Bréfritari: Benedikt Hálfdanarson
Dagsetning: A-1905-09-21
Skrifað á: Vesturheimi

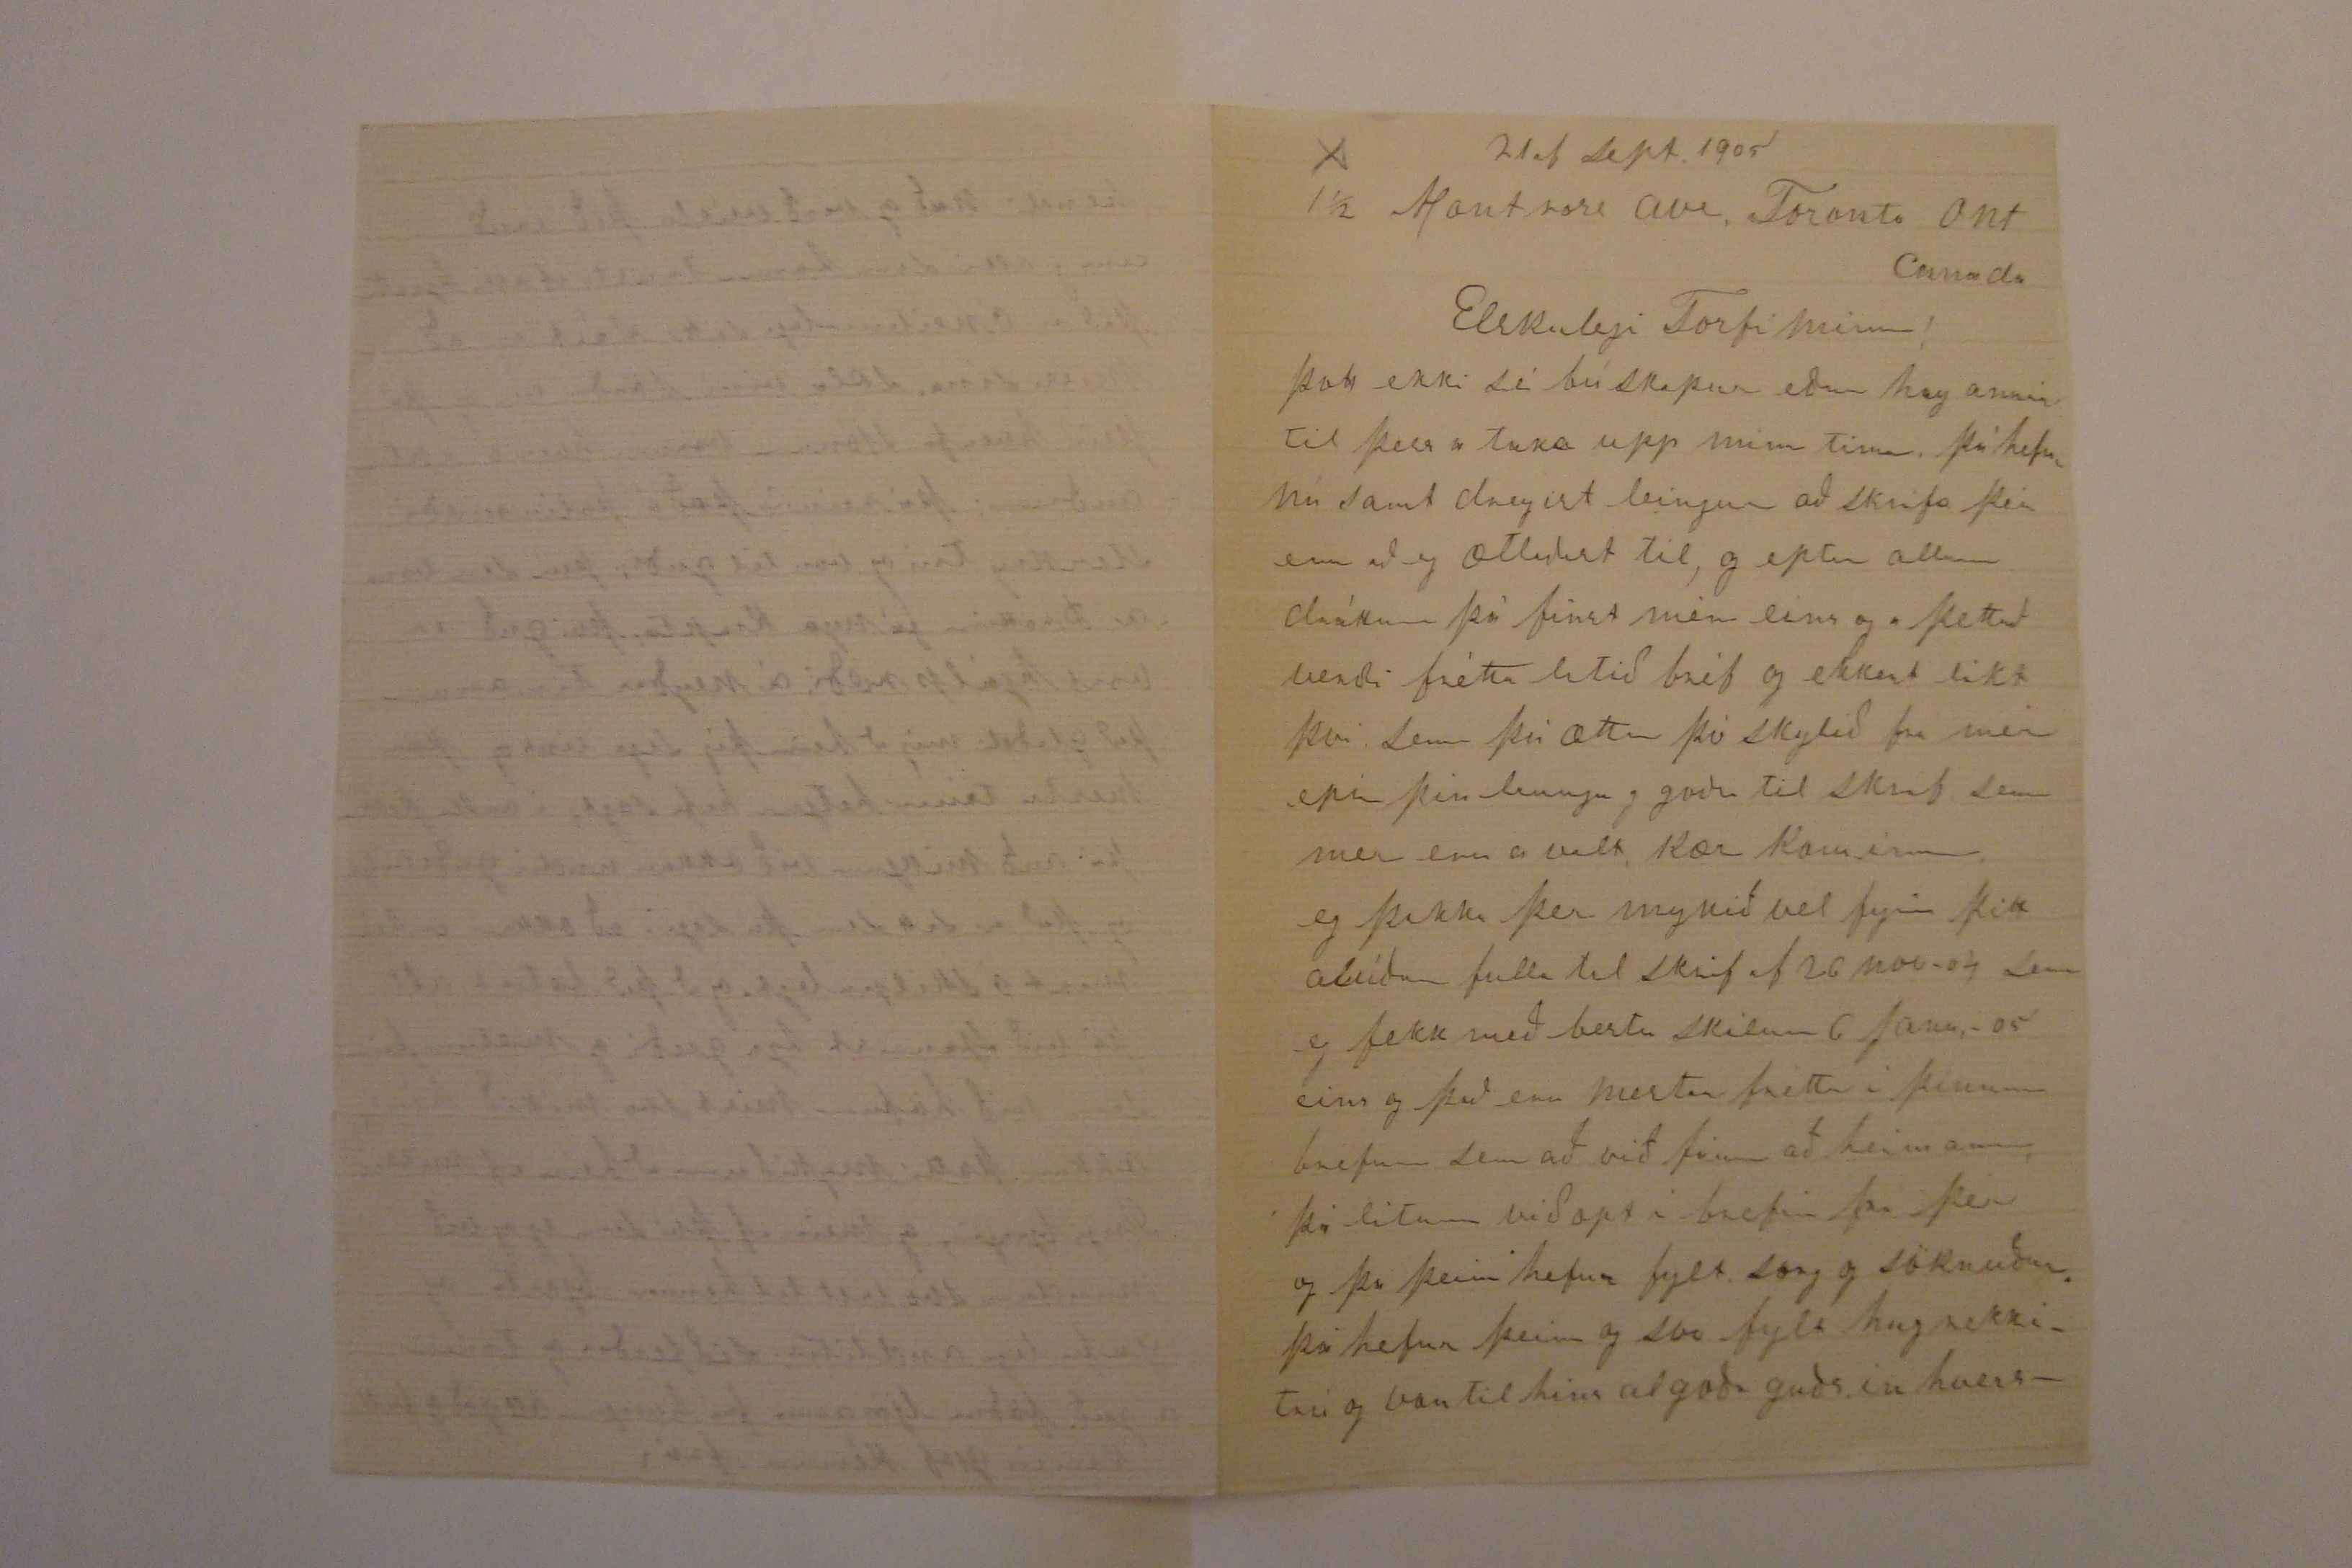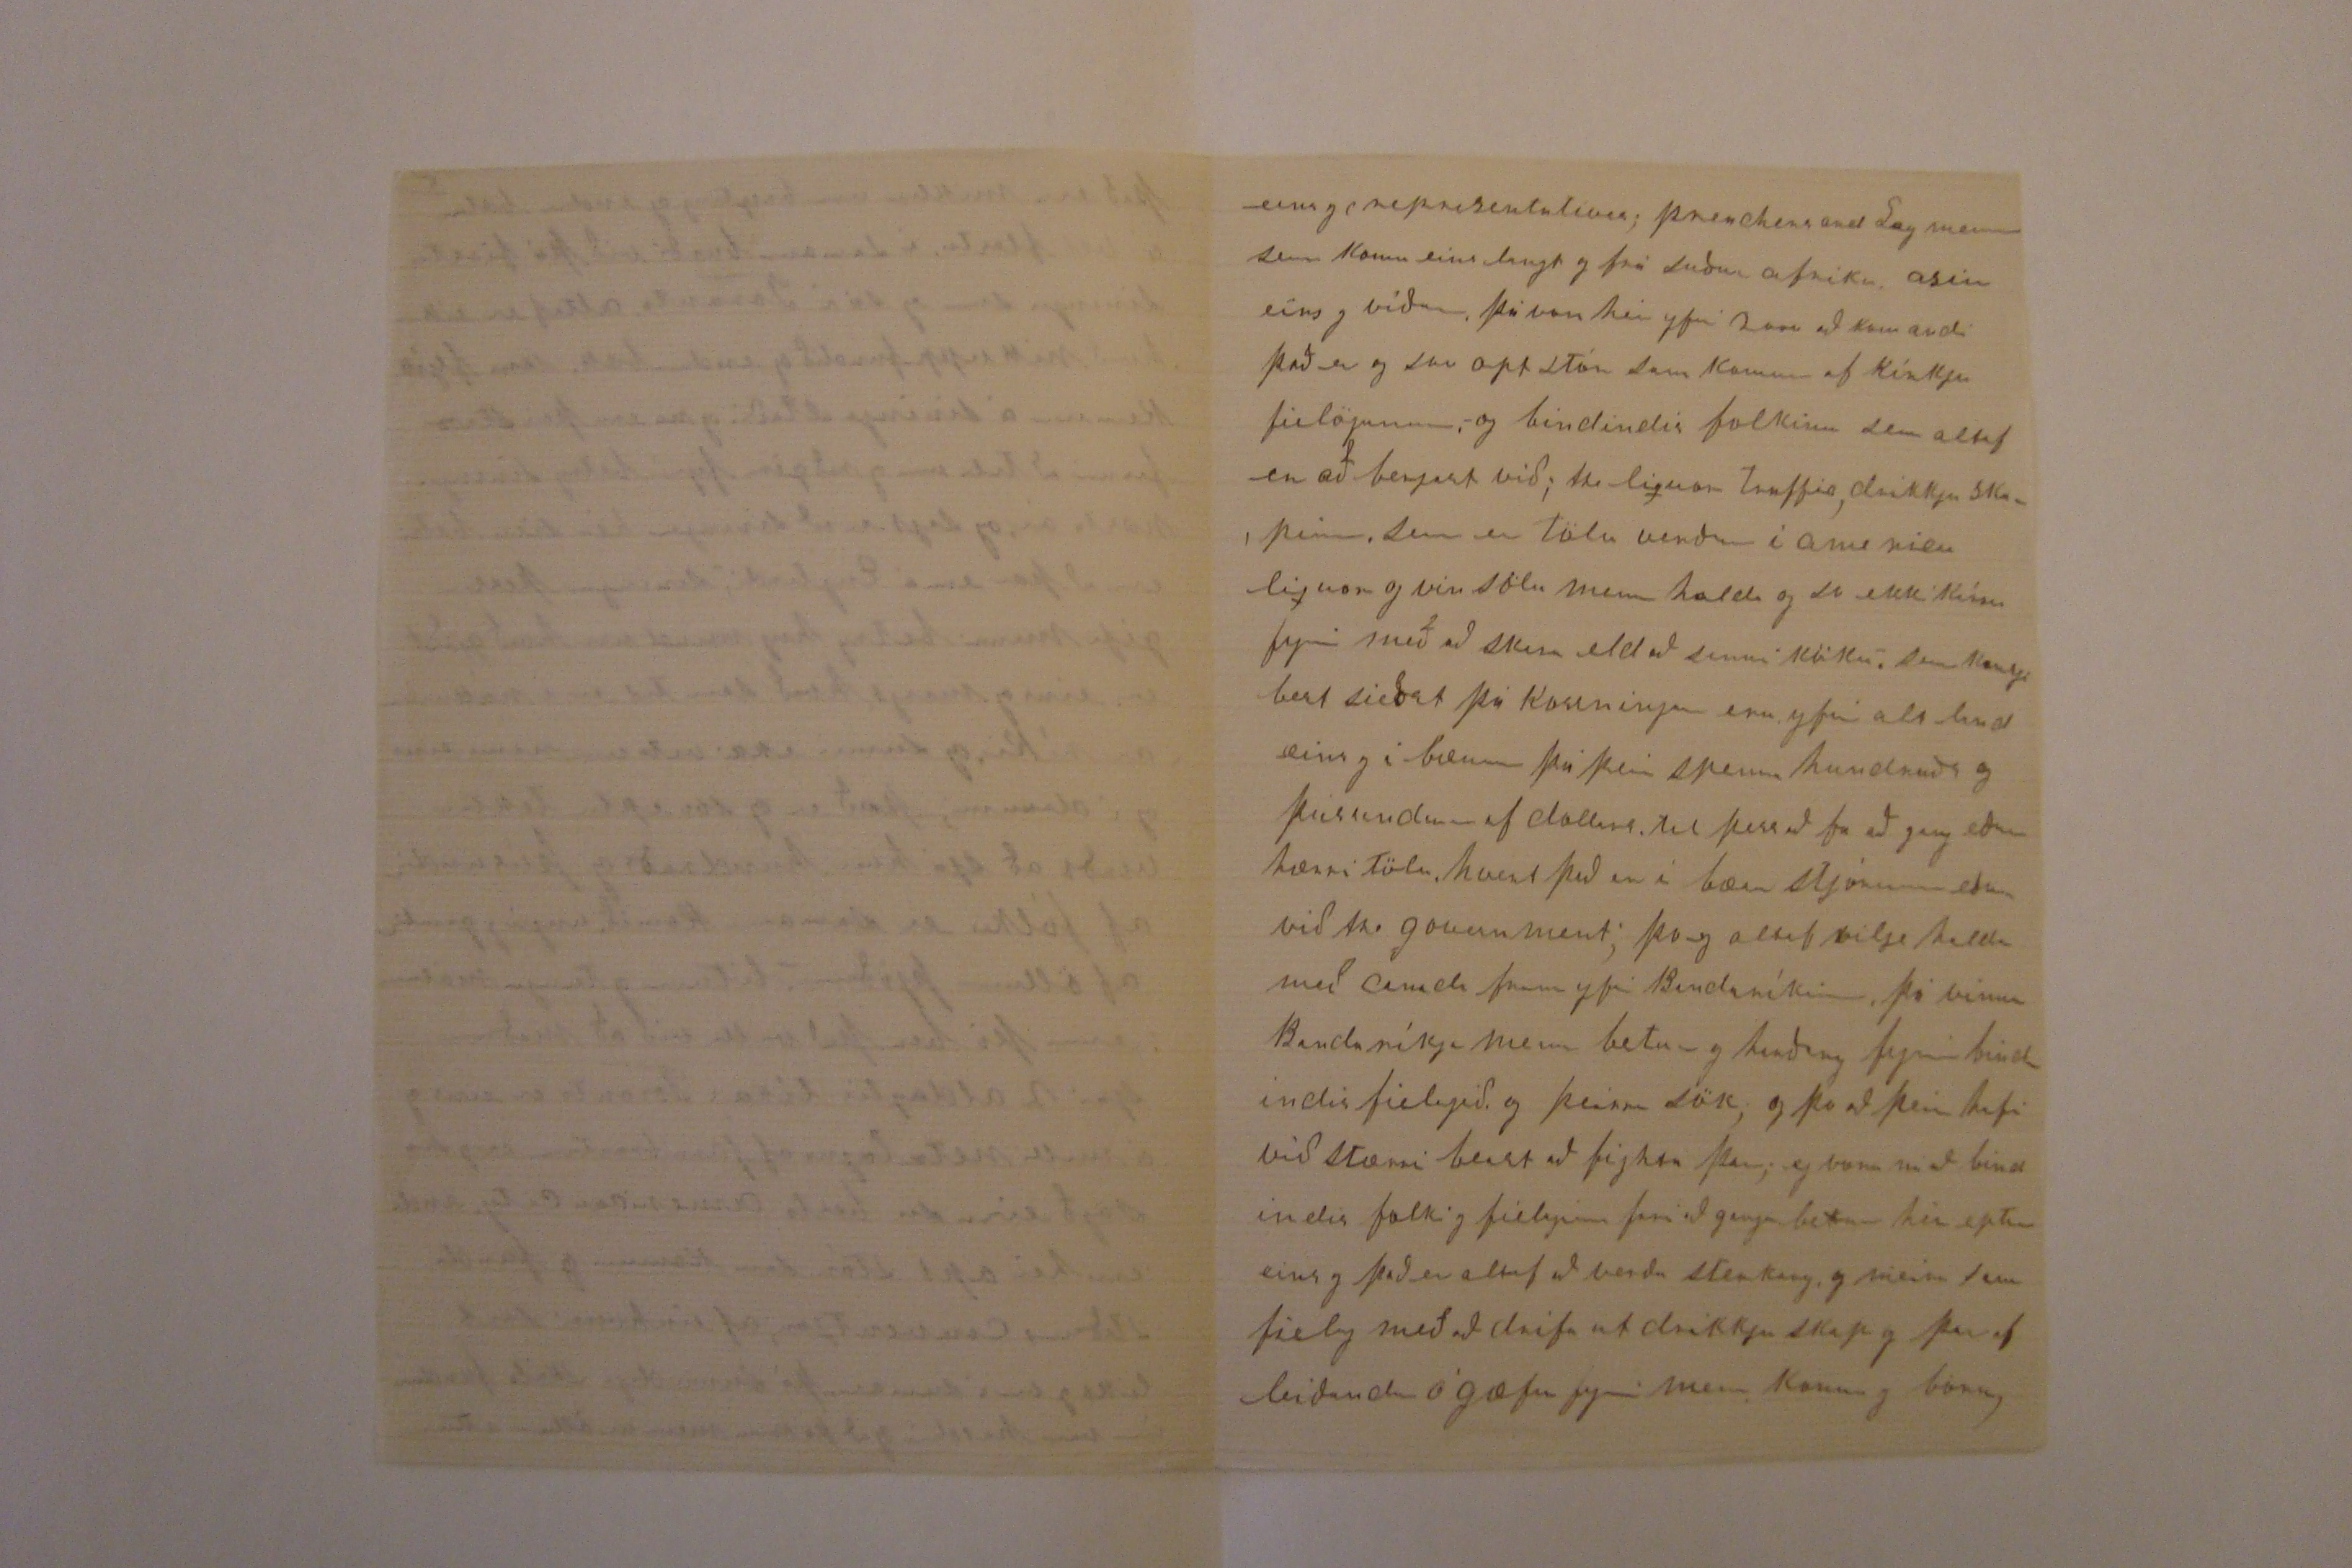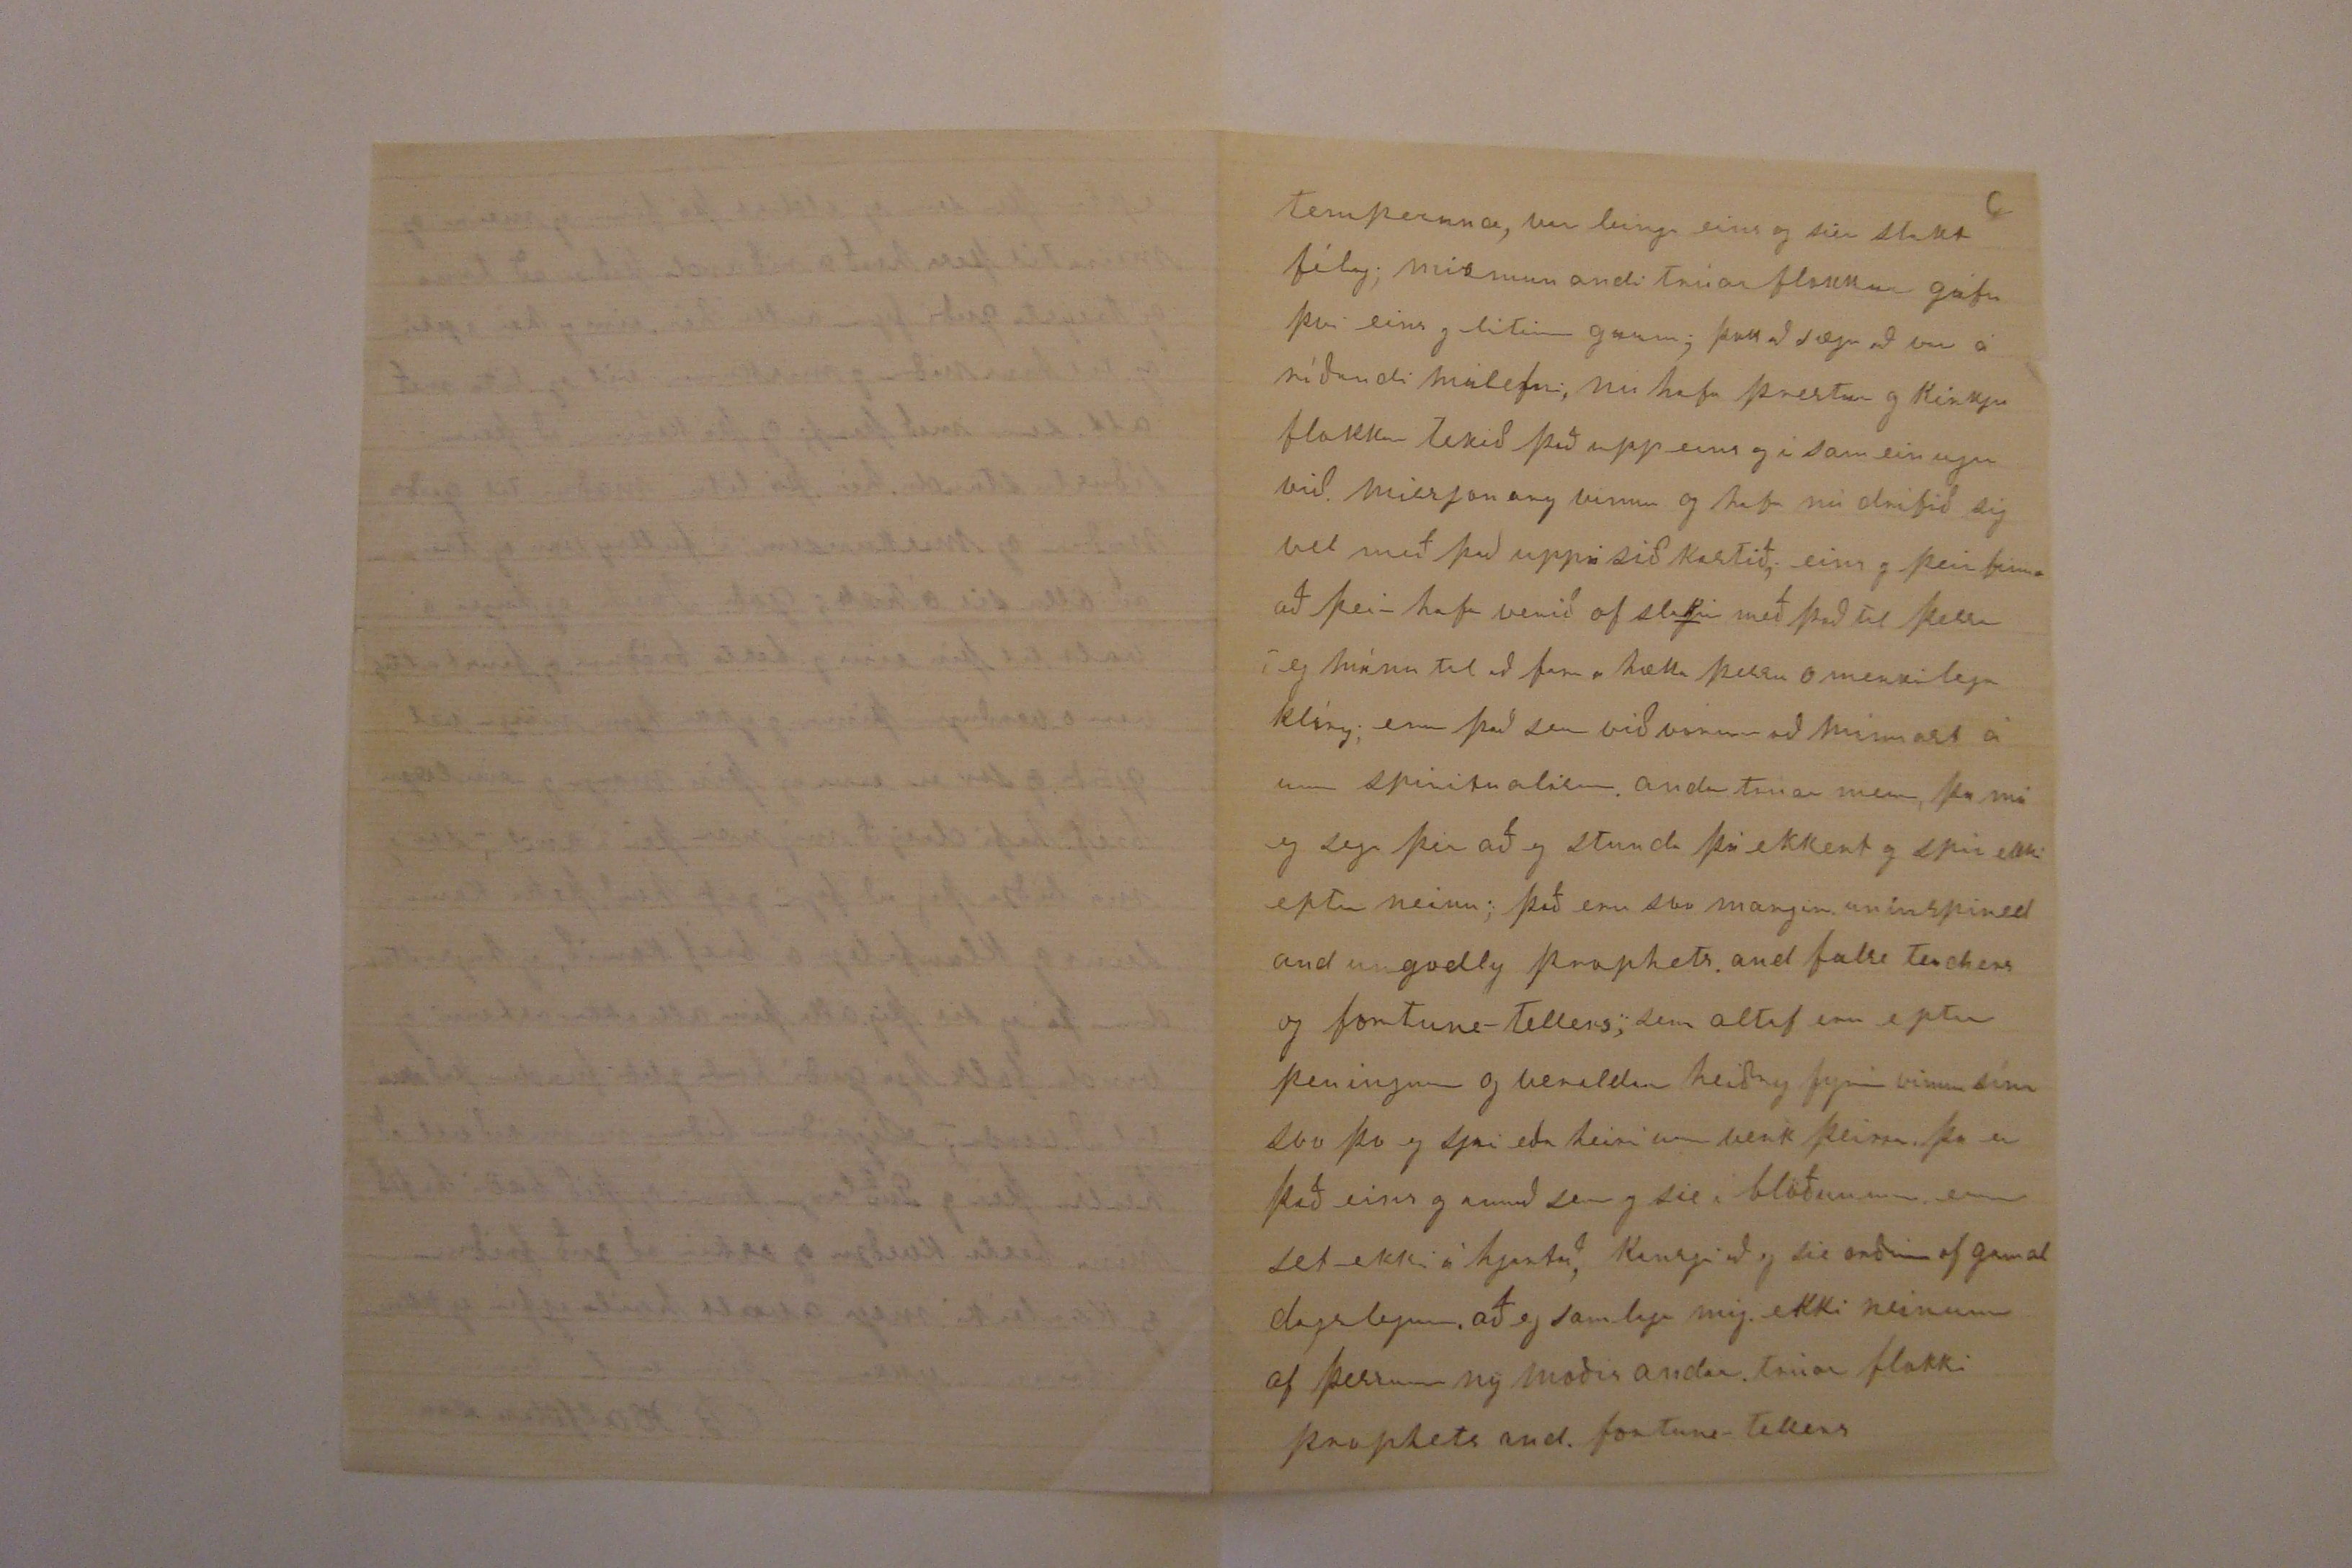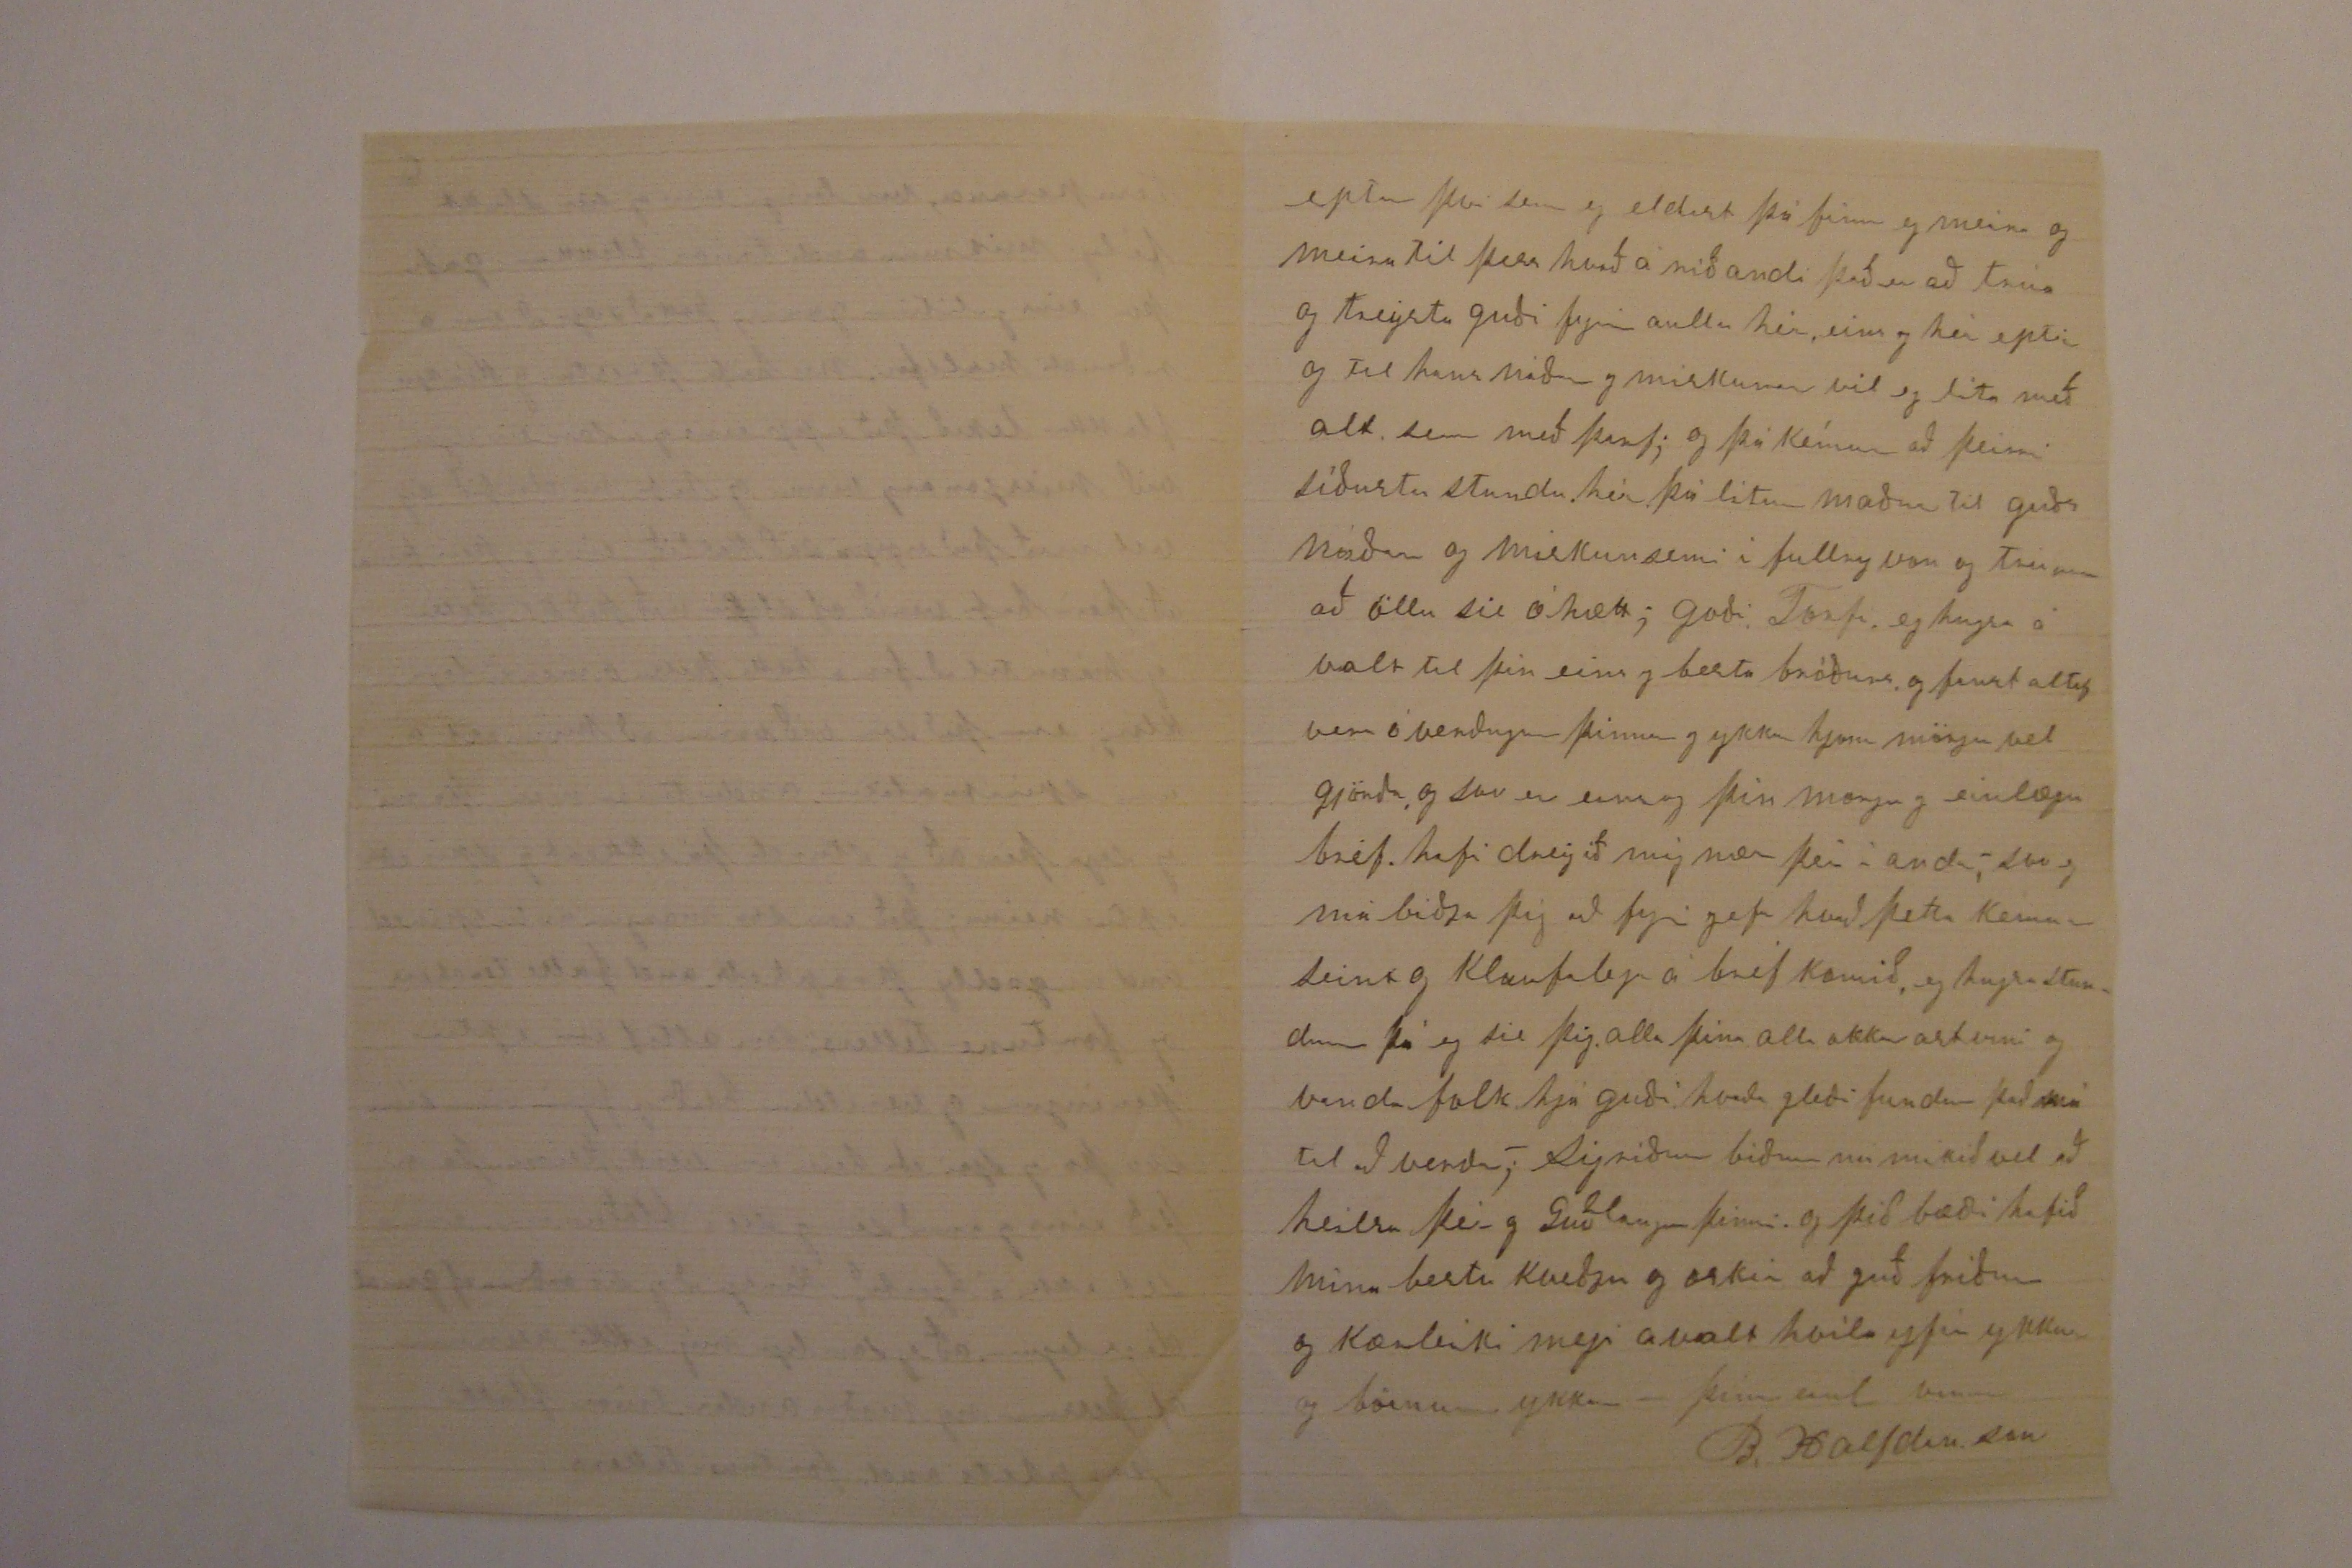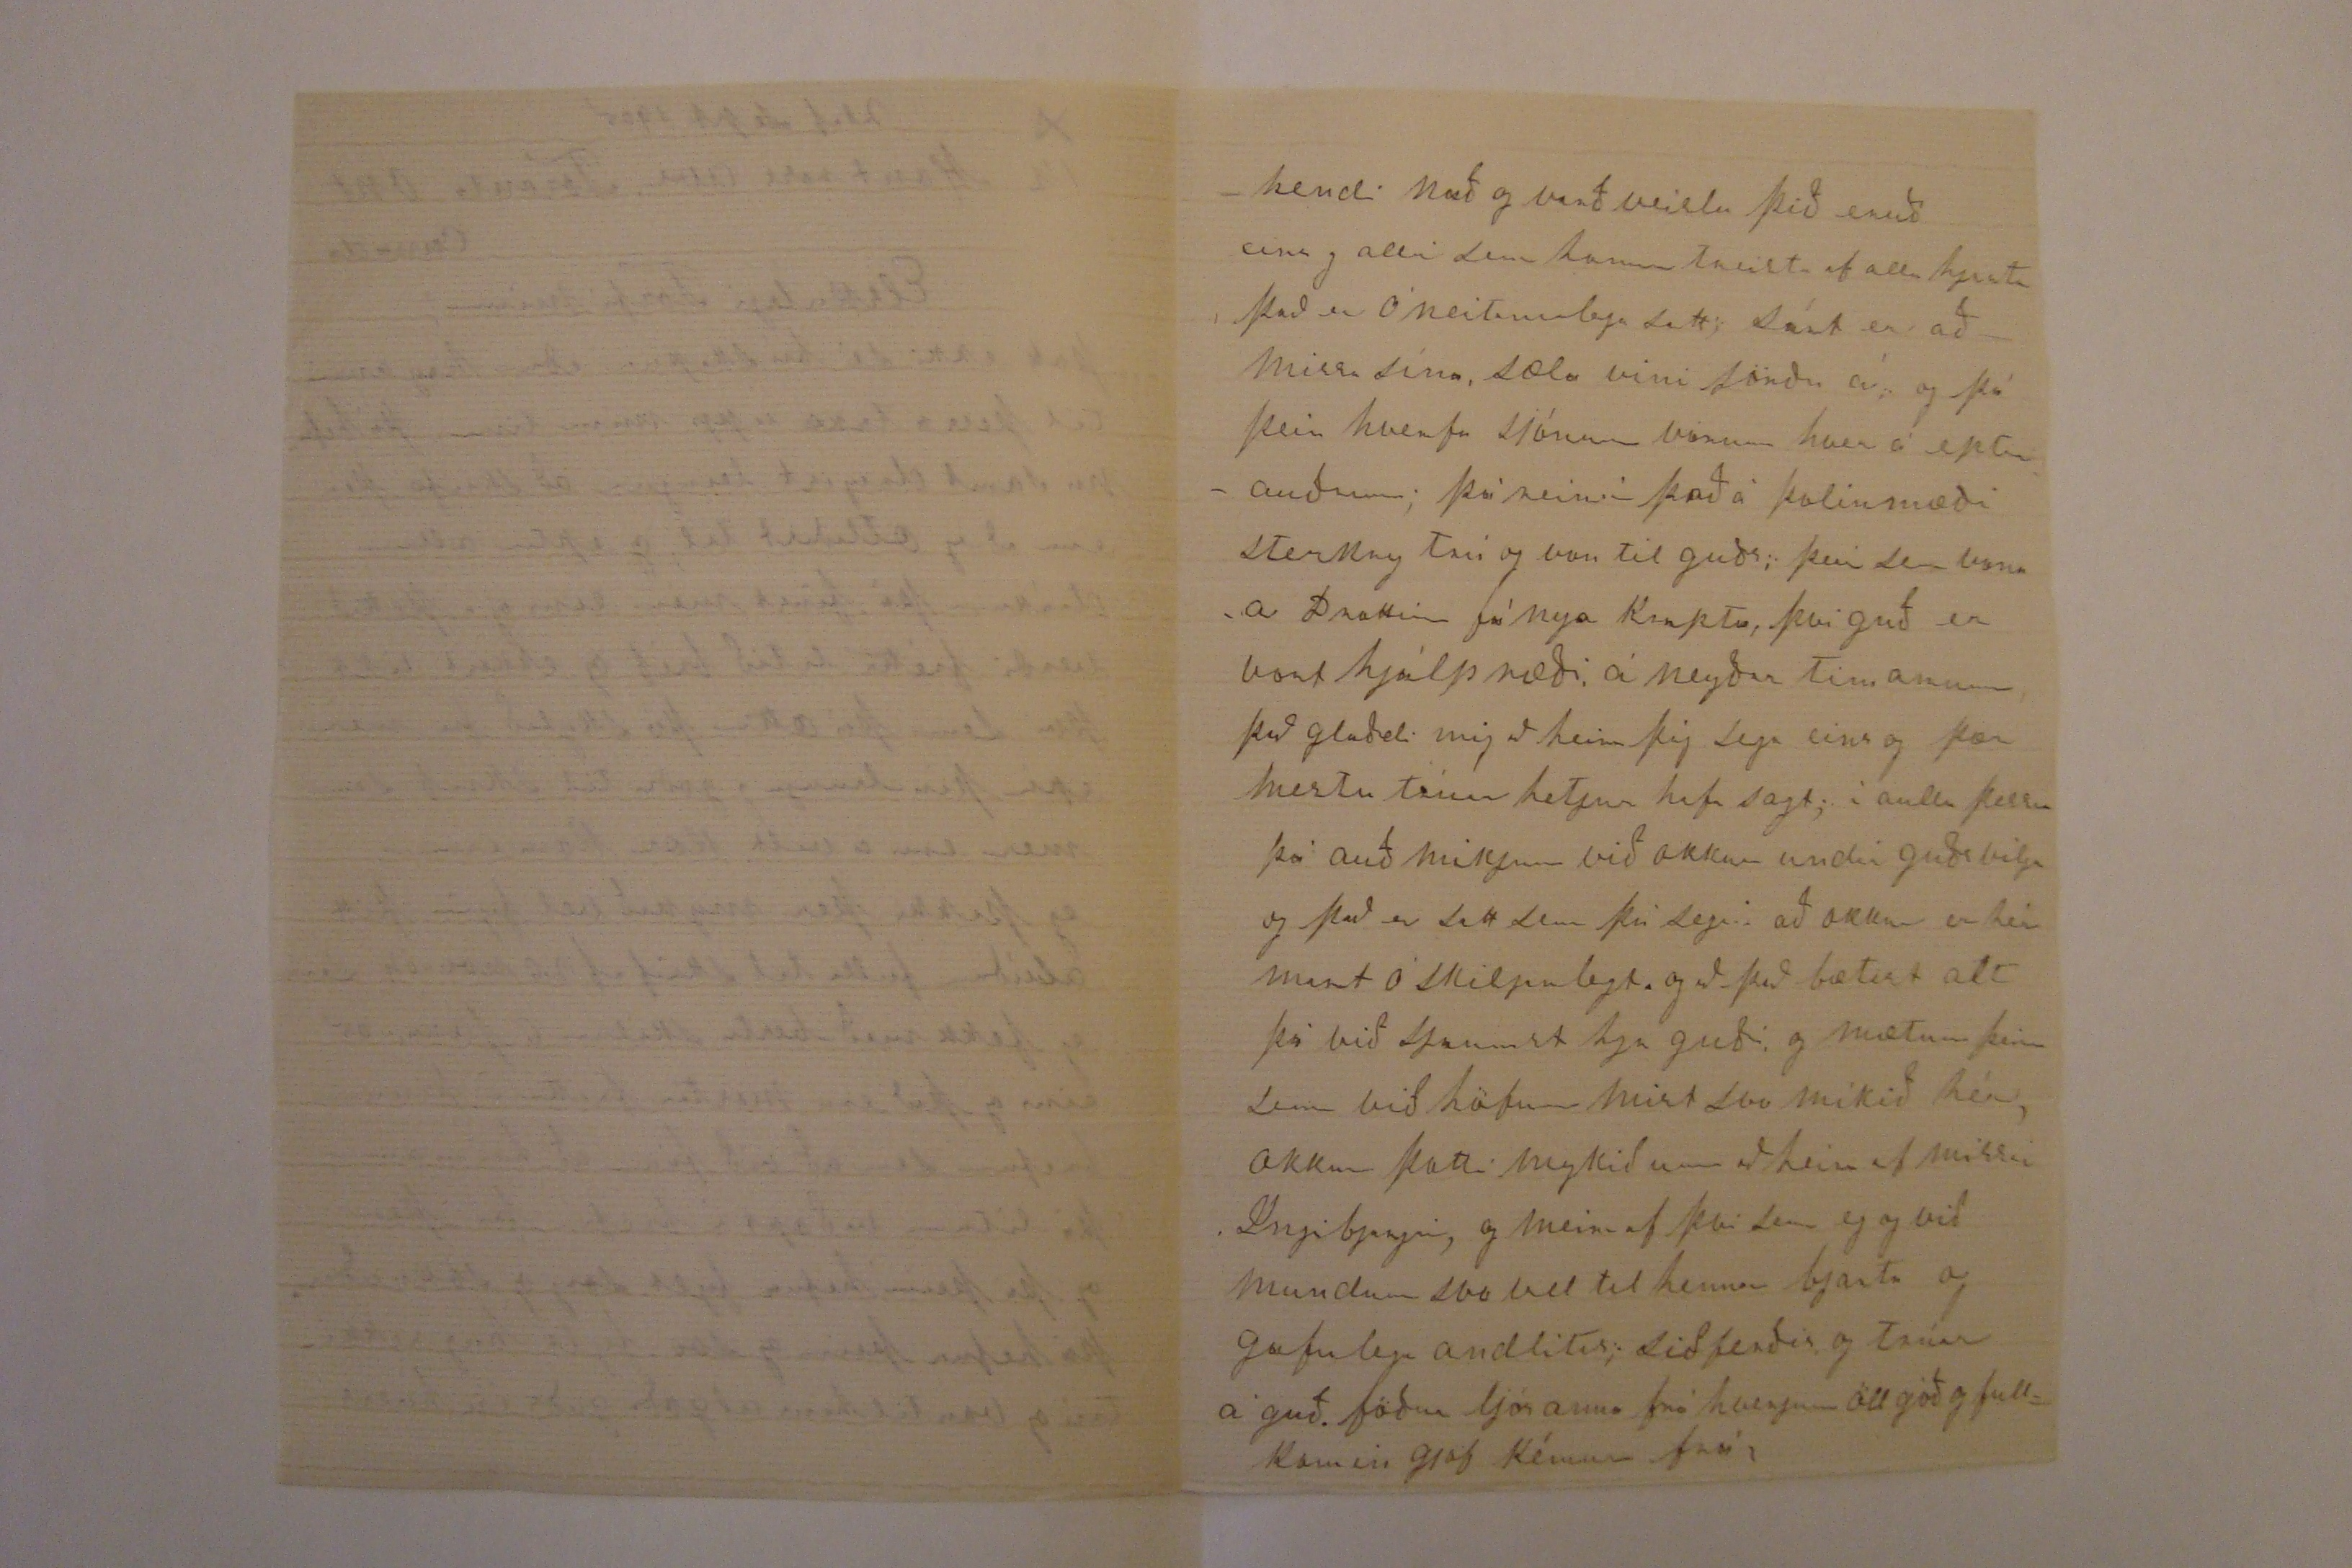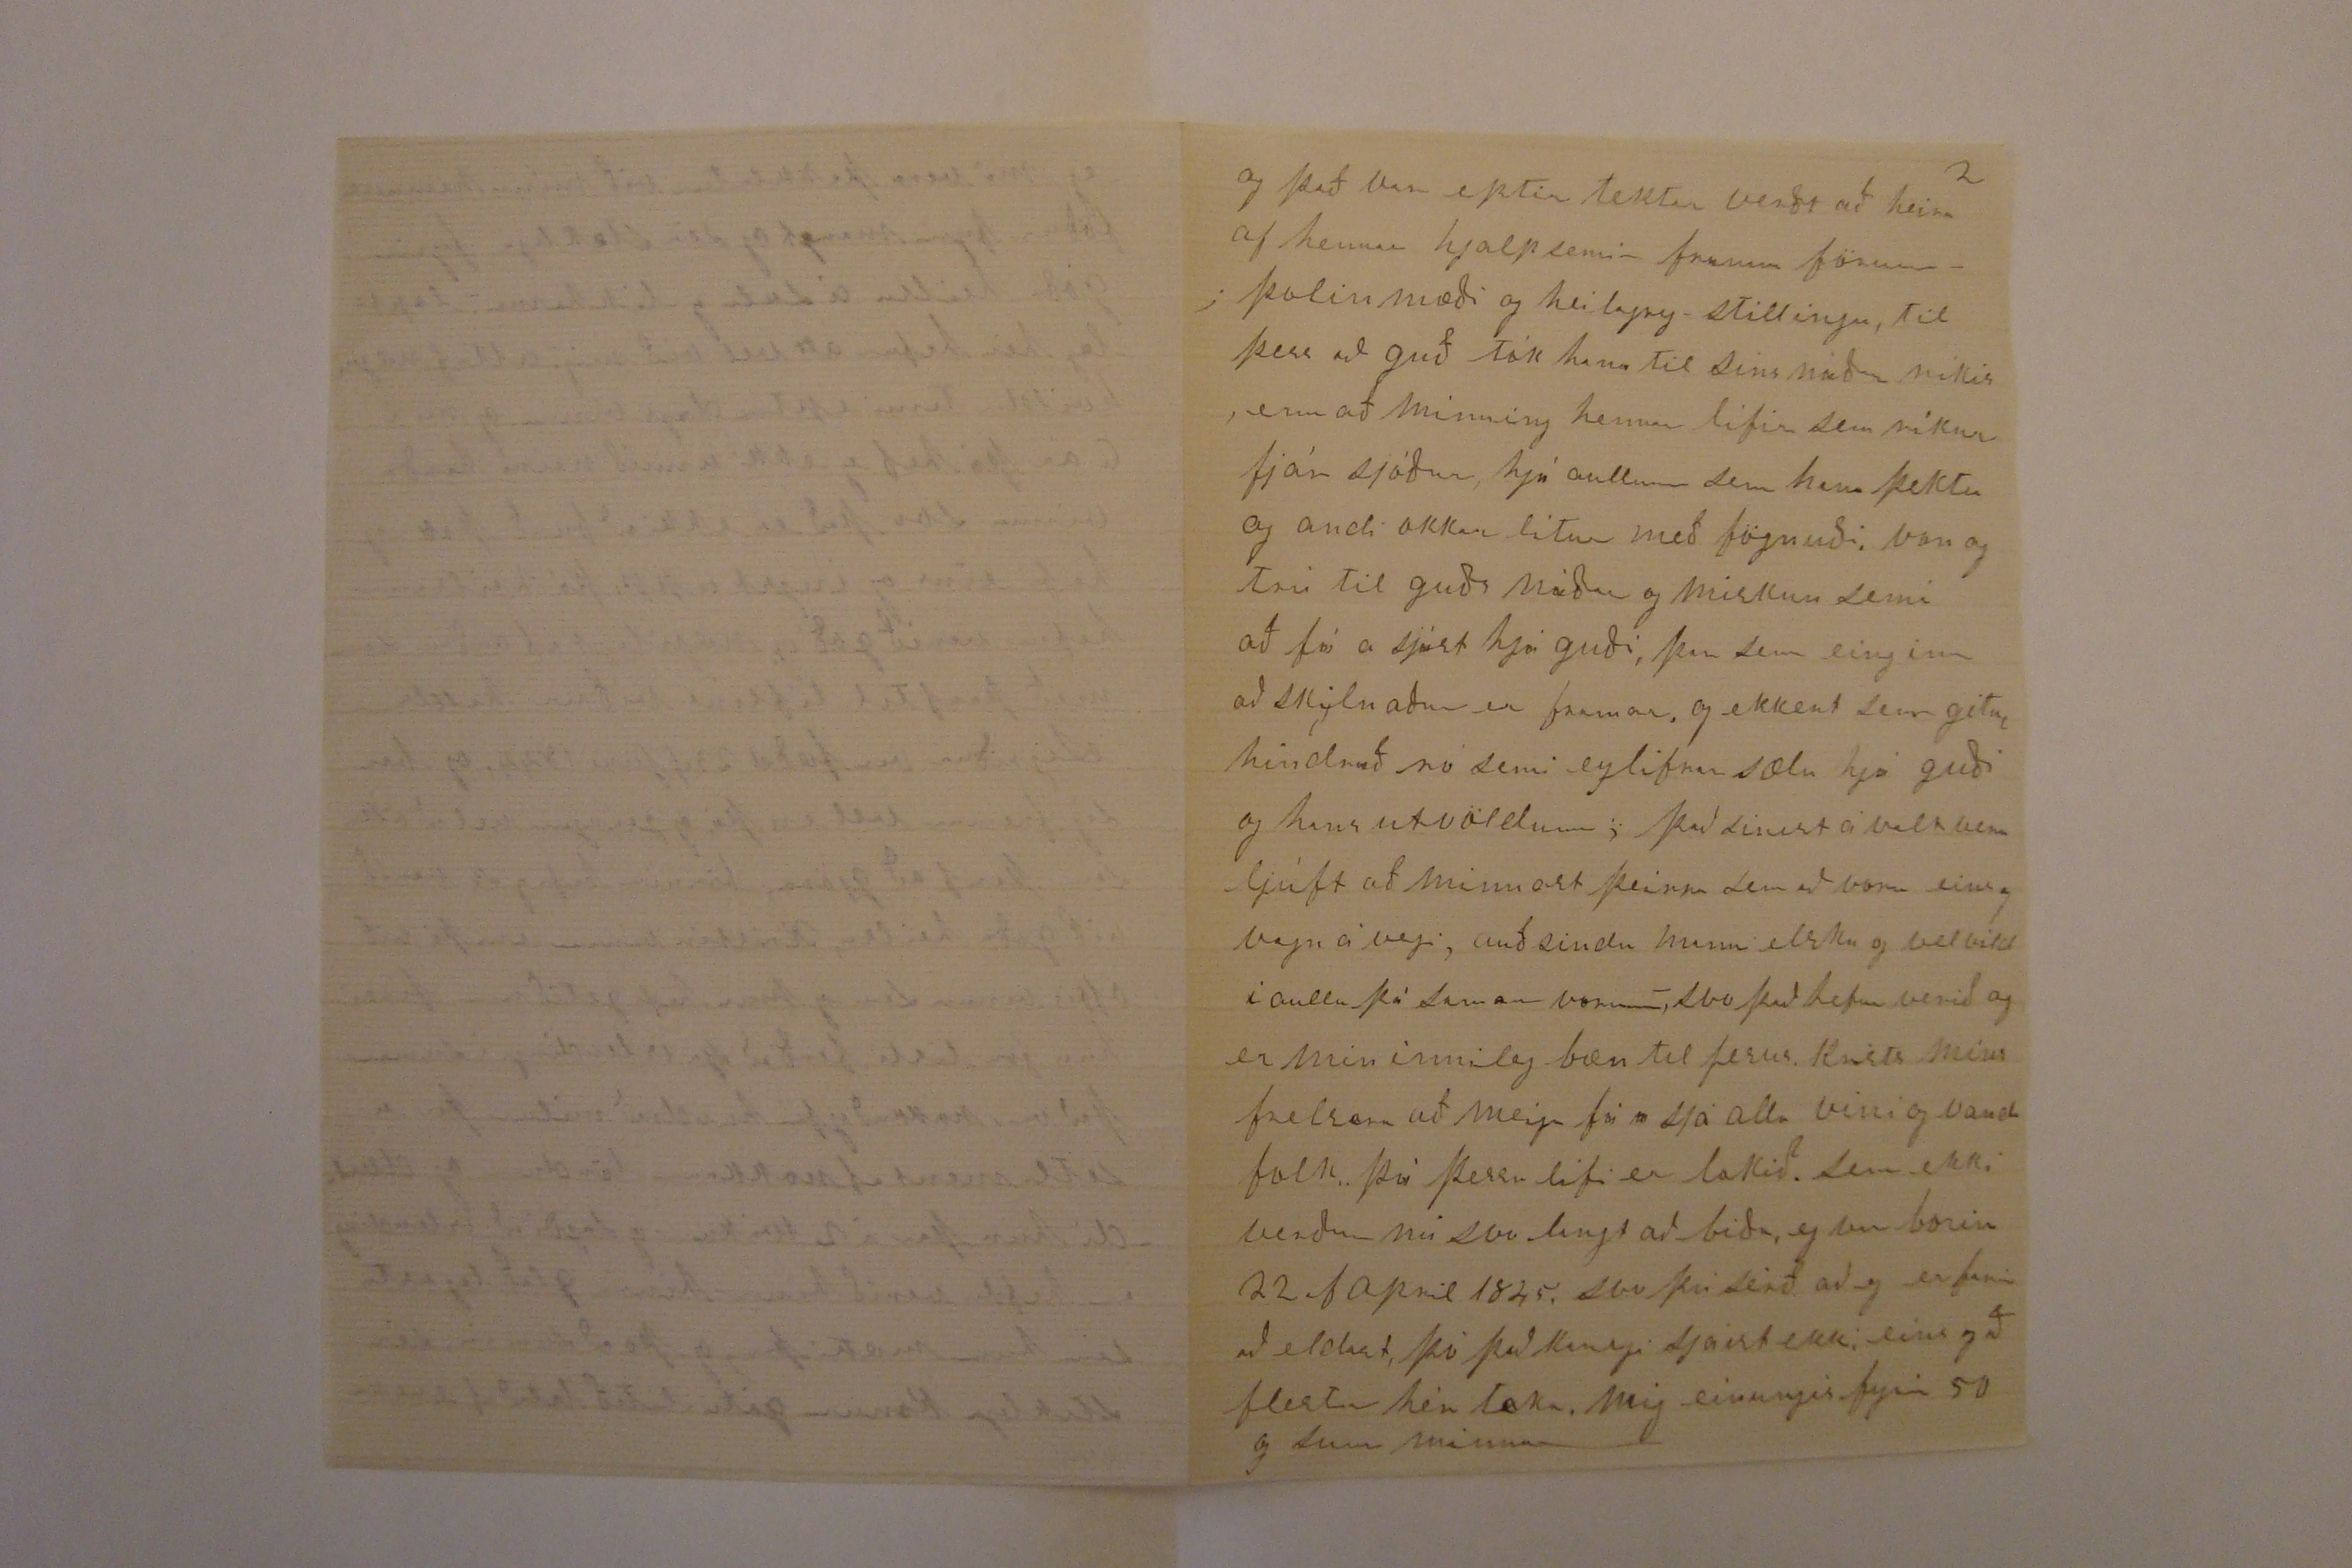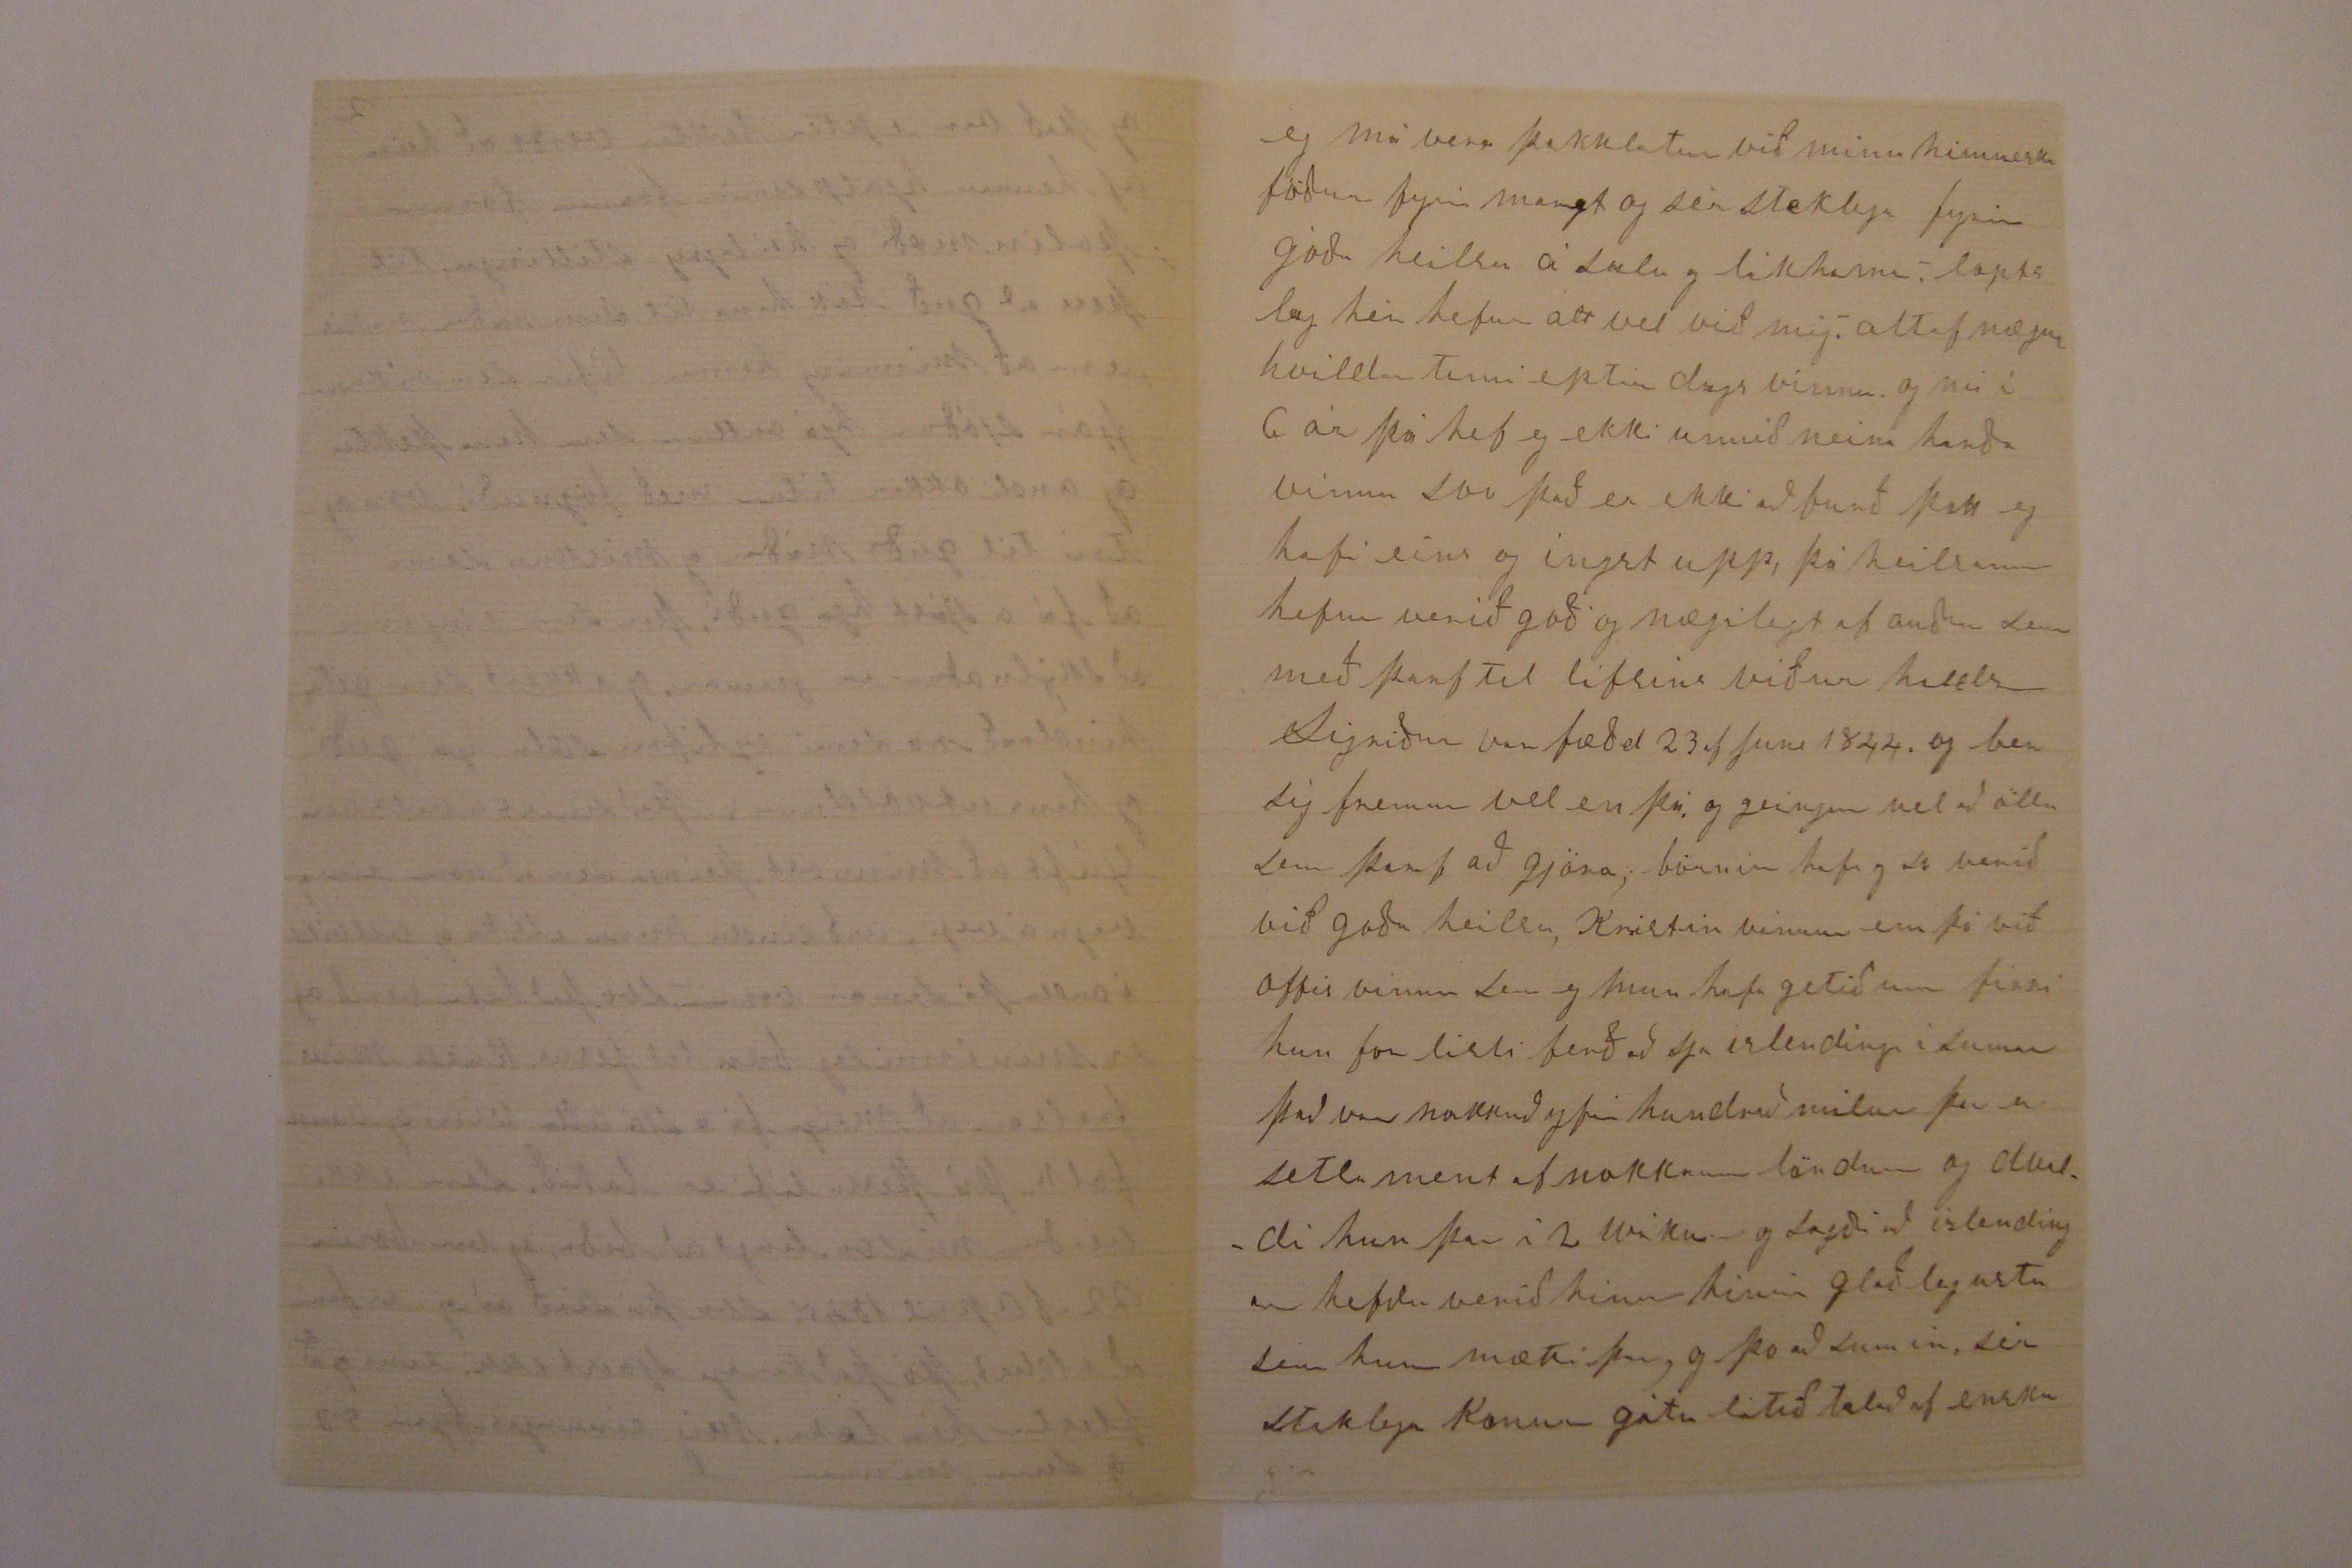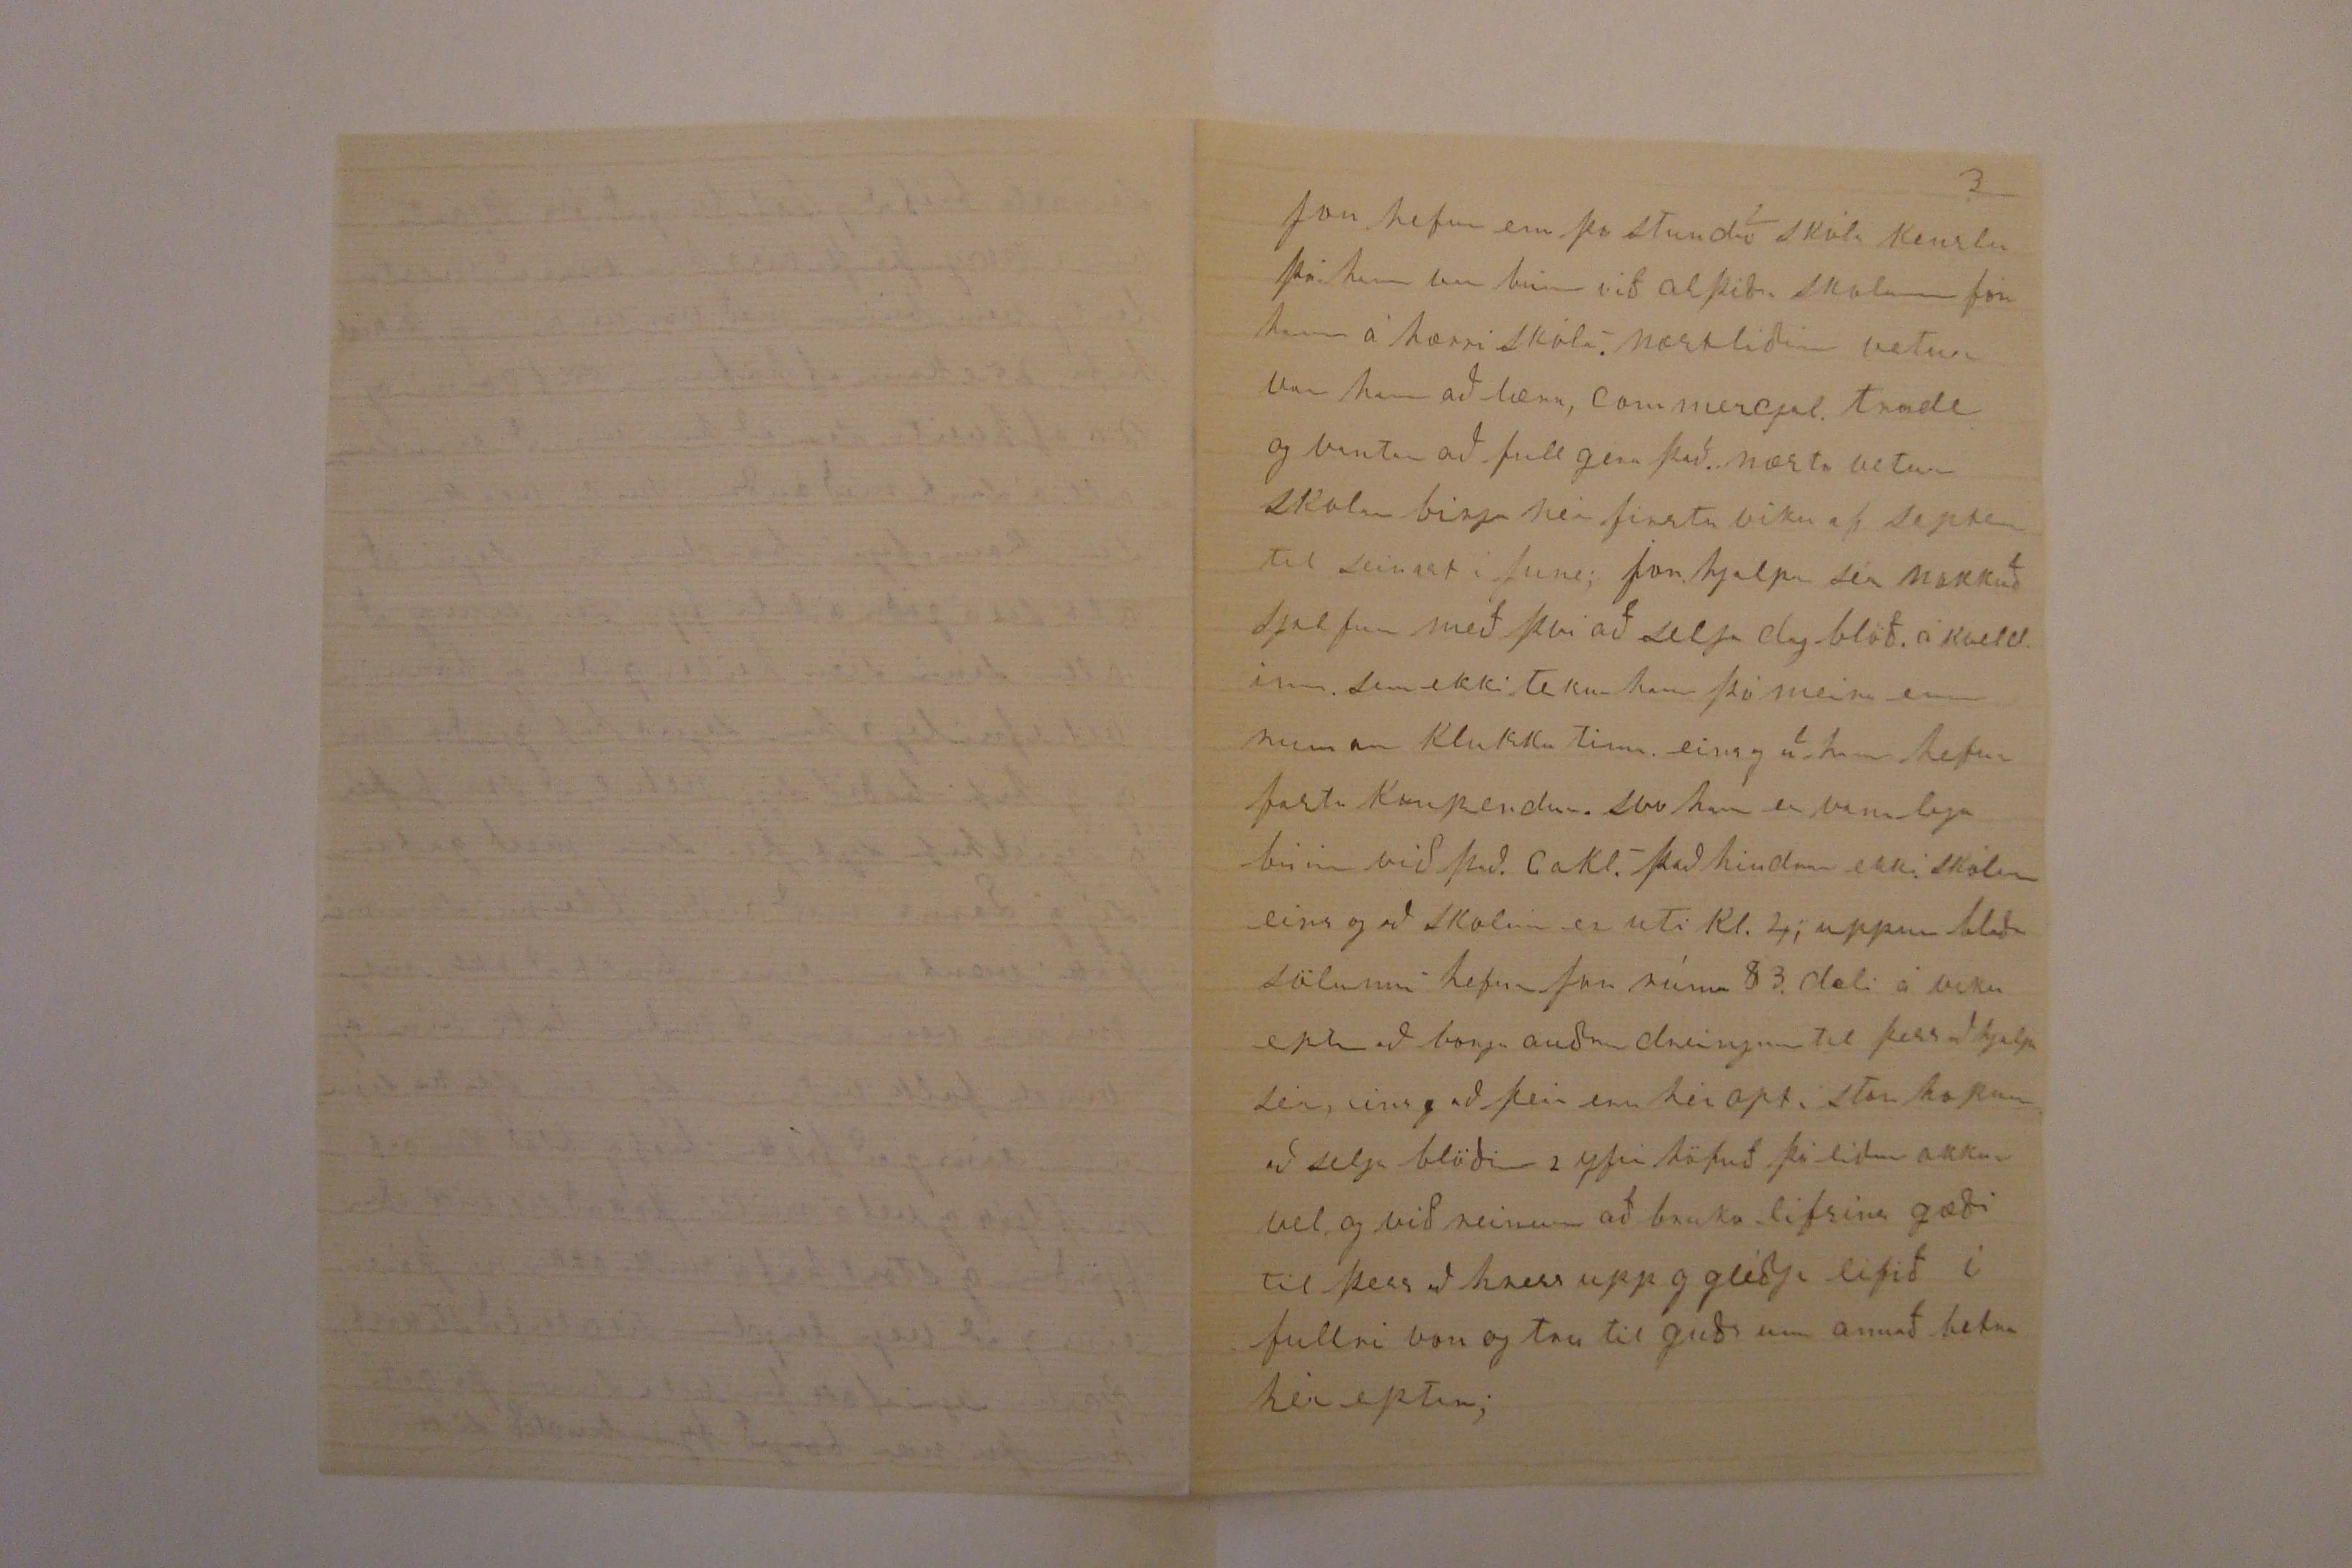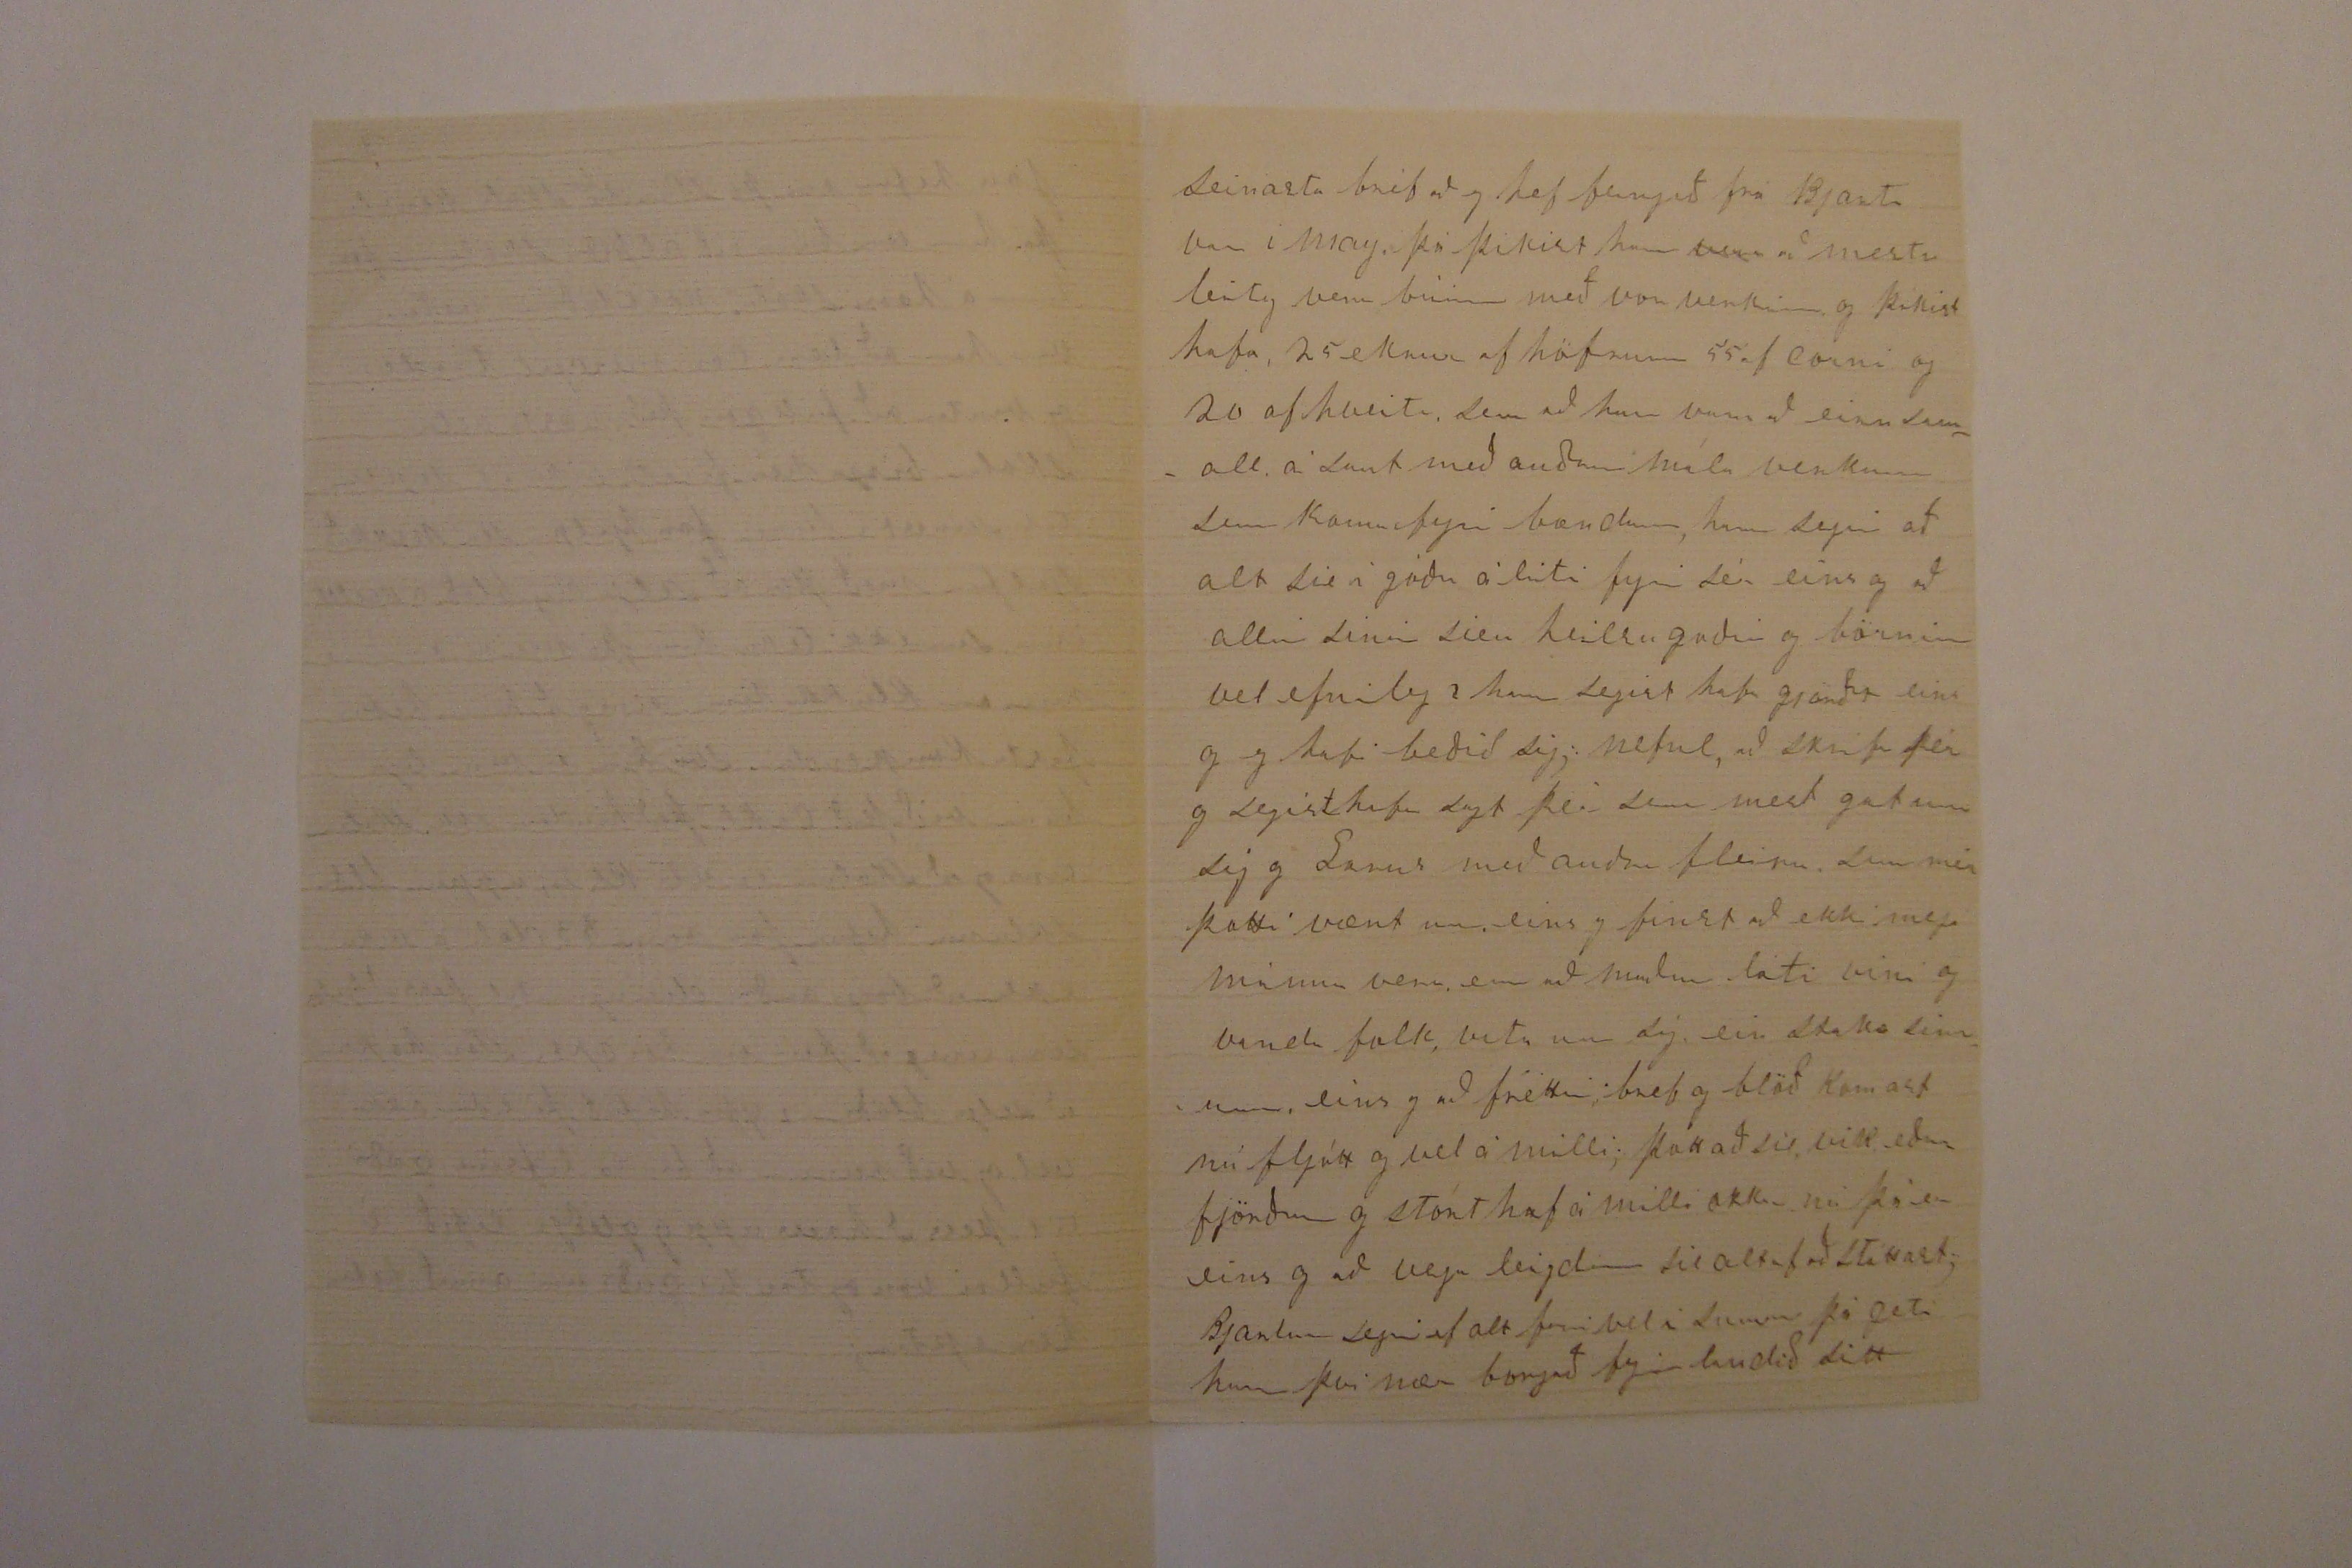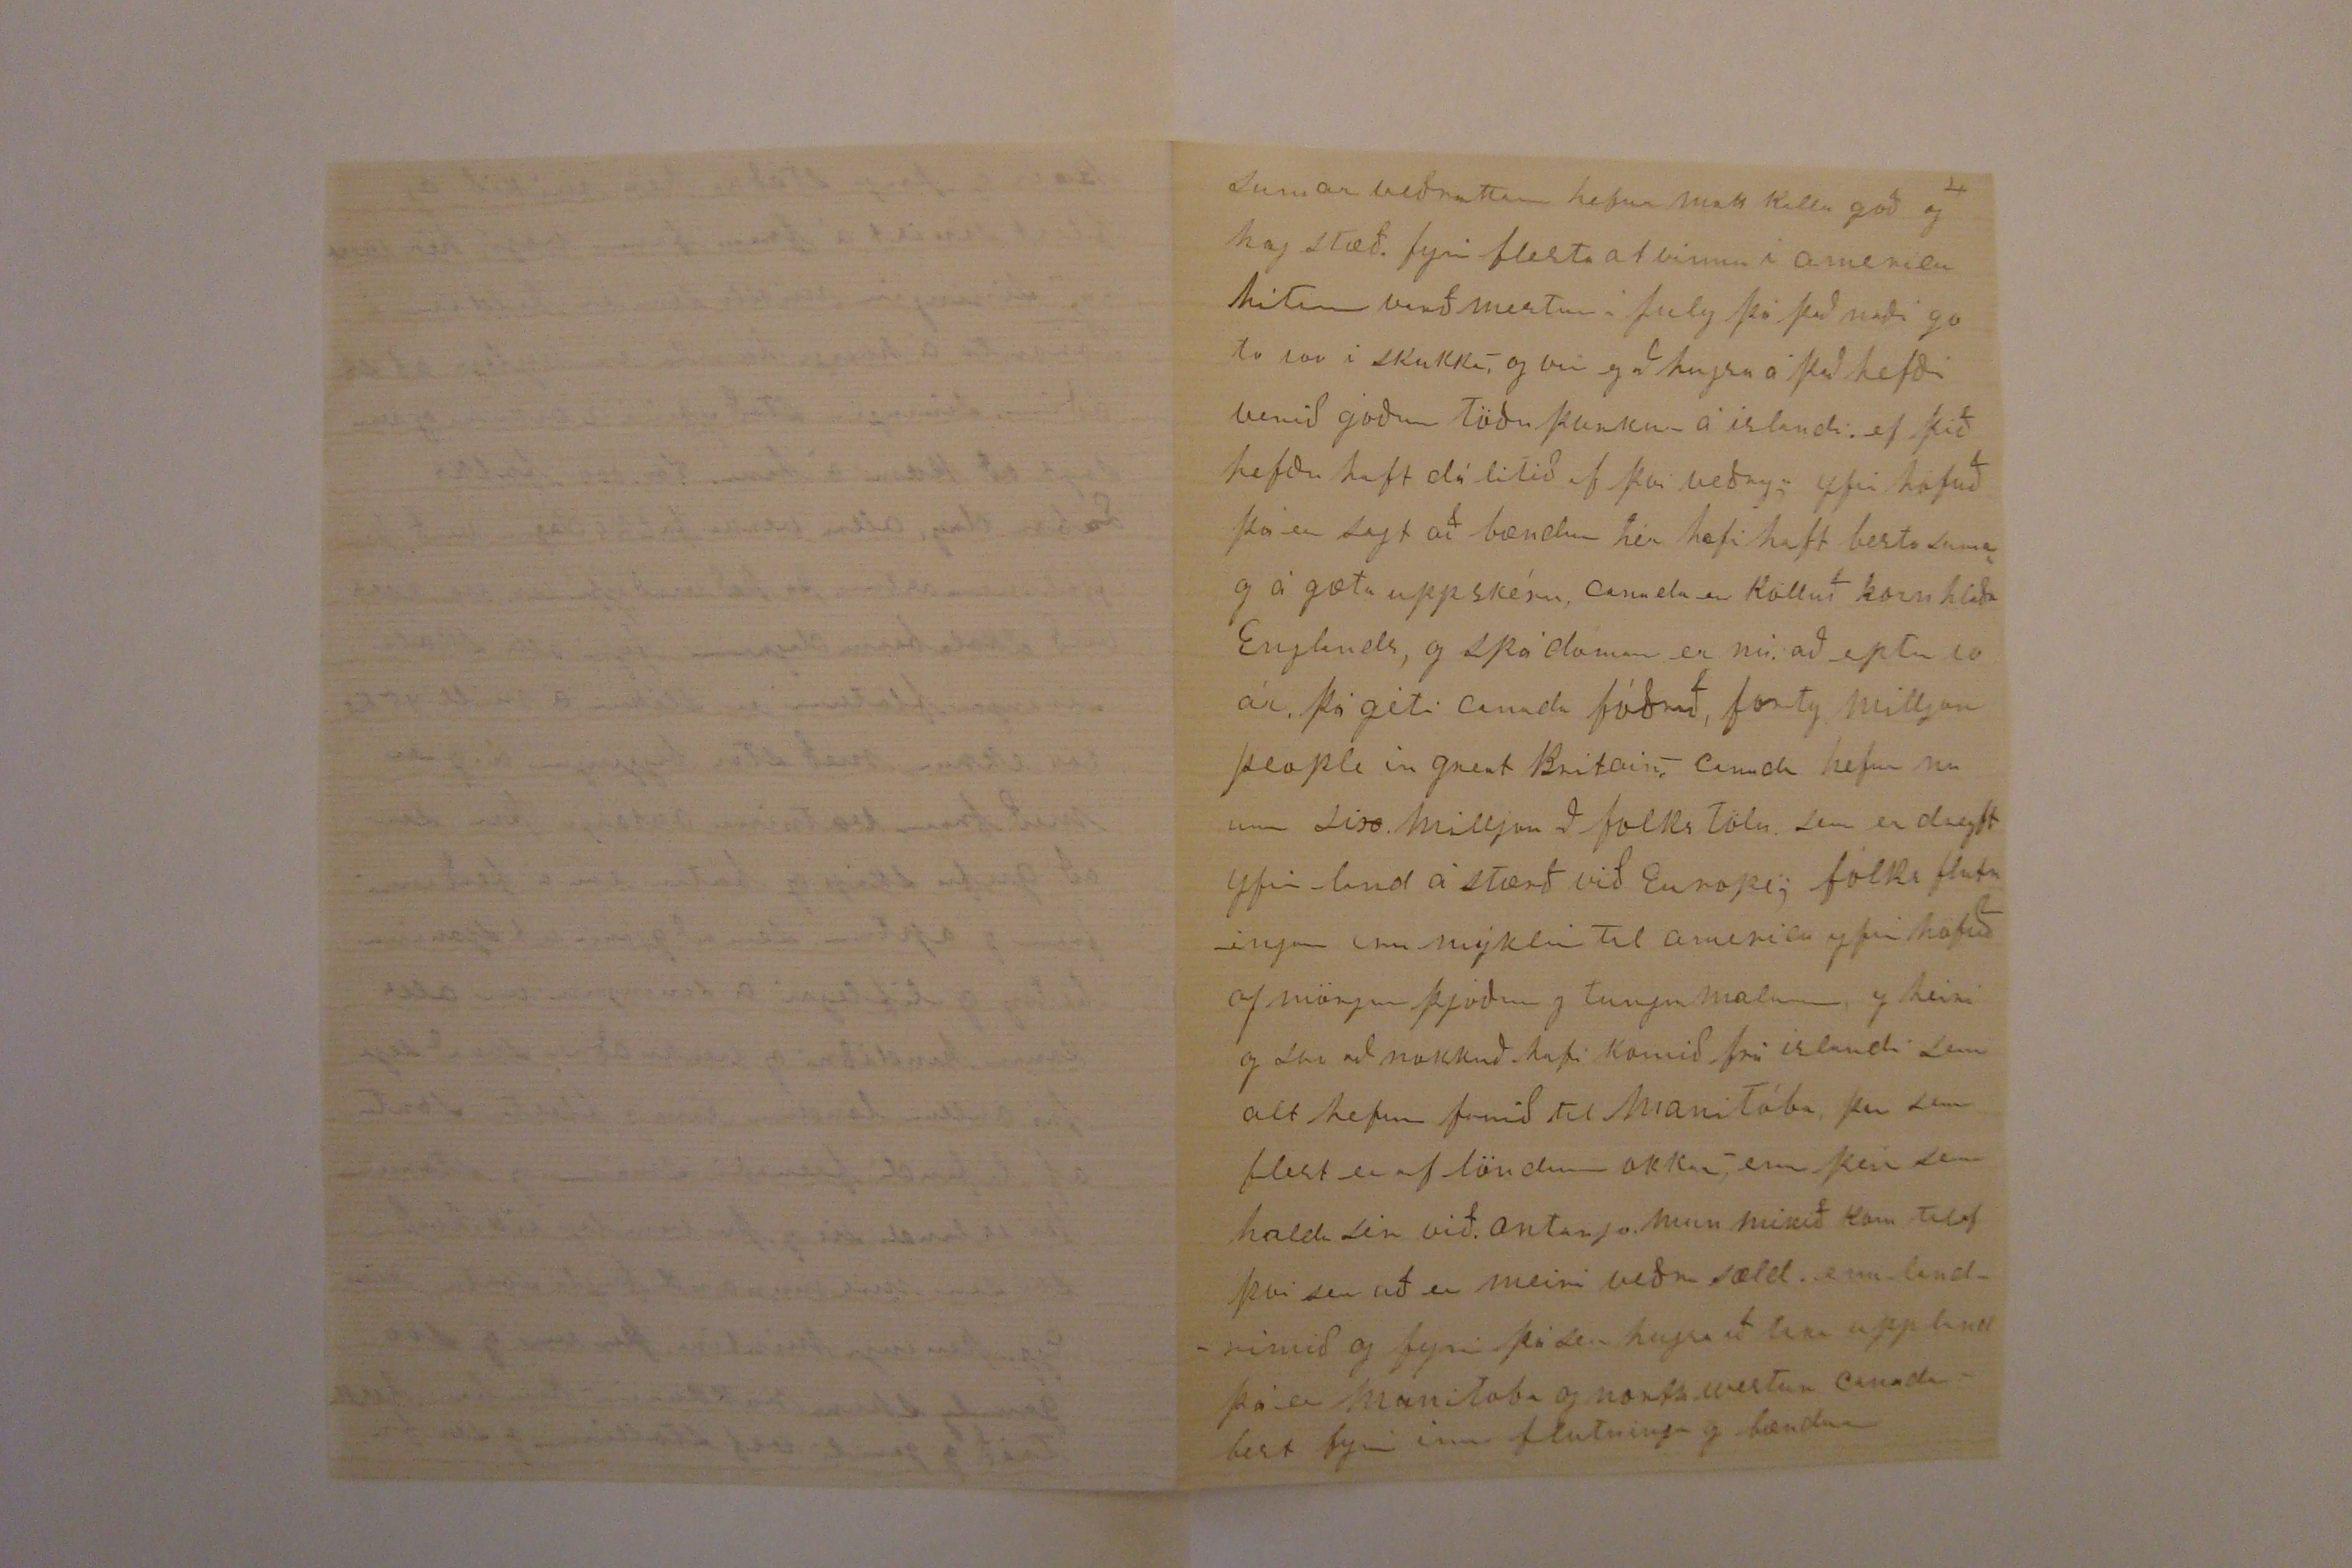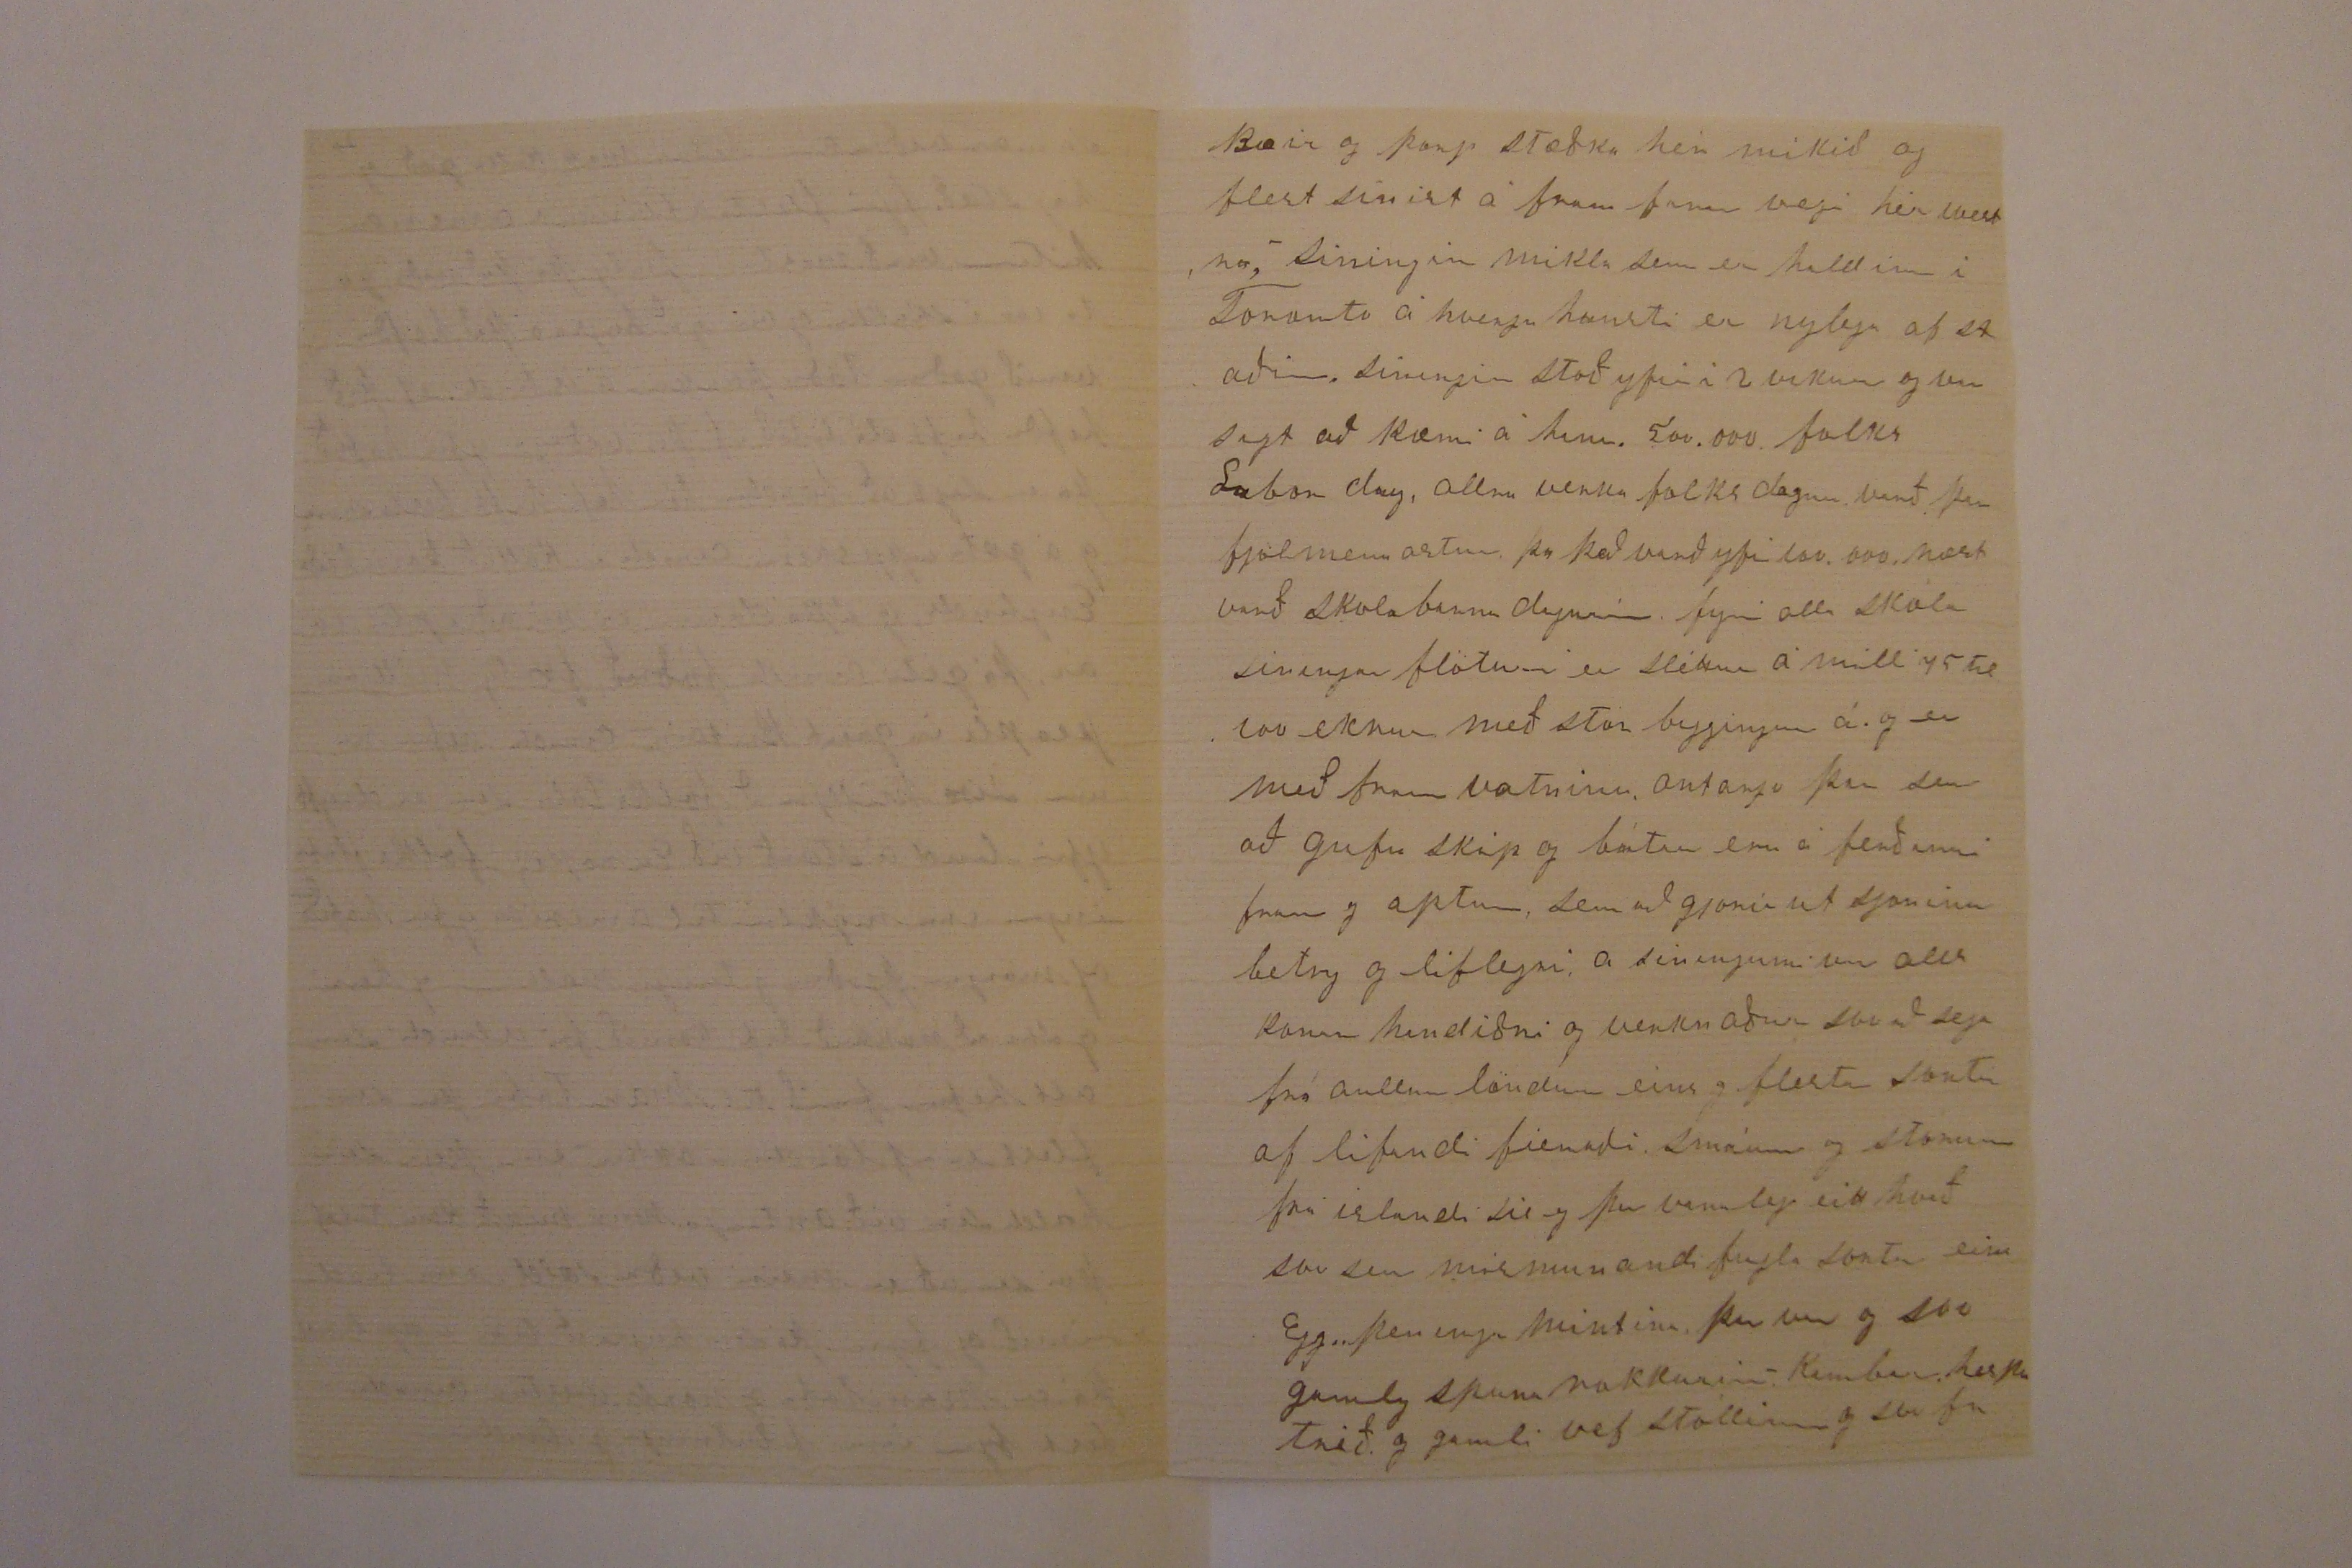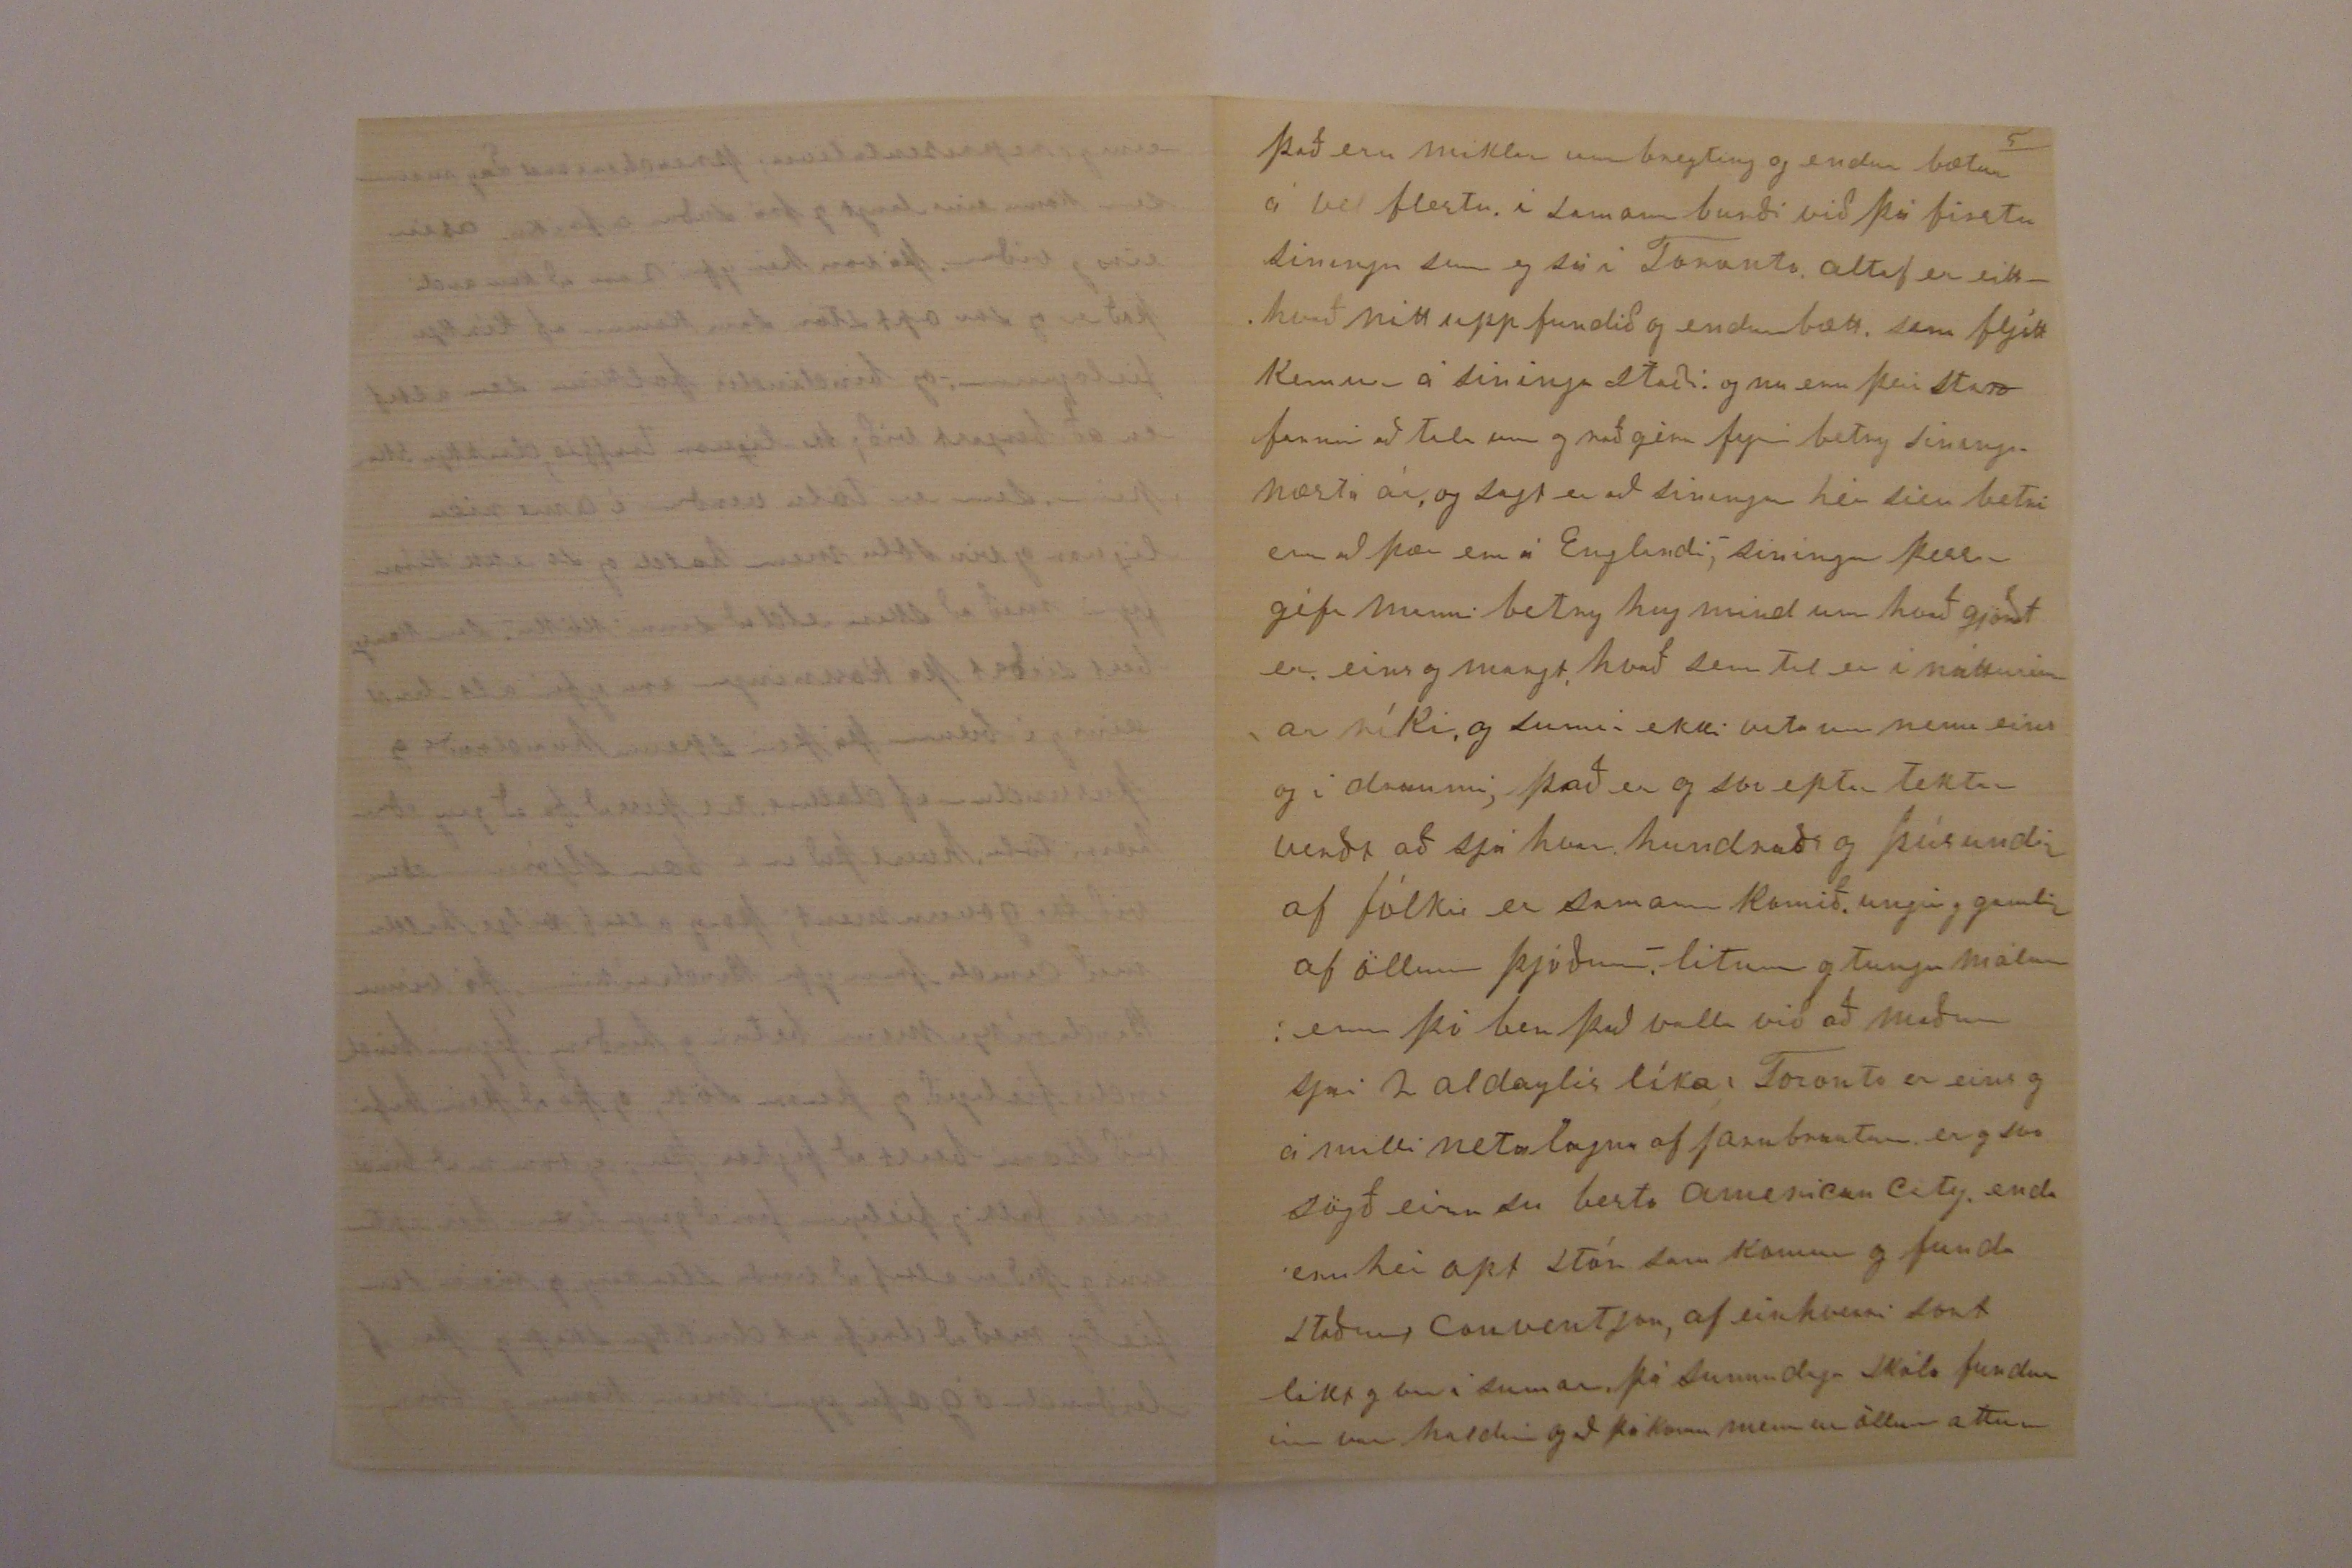

eins og representatives, preachers and Lay menn sem koma eins langt og frá suður afríku asíu eins og víðar, þá voru hér yfir r200 að komandi það er og svo opt stór samkomur af kirkju fielögunum og bindindis folkinu sem altaf er að berjast við, the liquor traffic, drykkju skapinn sem er töluverður í americu liquor og vínsölu menn halda og so ekki kirru fyrir með að skera eld að sinni köku, sem kansgi best sieðst þá kossningar eru yfir alt land eins og í bænum þá þeir spenna hundraðs og þúsundum af dolls til þess að fa að gang eður hærri tölu, hvert það er í bæar stjórnum eður við the government, þo eg altaf vilji halda með Canada fram yfir Bandaríkin, þá vinna Bandaríkjamenn betur og
harðary
fyrir bindindis fielagið og þeirra sök, og þo að þeir hafi við stærri beast að figkta þar, eg vona nú að bindindis folki og fielaginu fari að ganga betur hér eptir eins og það er altaf að verða sterkary og meira sam fielag með að drífa ut drikkju skap og þar af leiðindi ógæfu fyrir men konur og börn,
temperuna
var leingi eins og sér stakt félag, mismunandi trúarflokkar gáfu því eins og lítinn gaum, þott að sæju að var á ríðandi málefni, nú hafa prestar og kirkju flokkar tekið það upp eins og í sameinugu við misjonary vinnu oig hafa nú drifið sig vel með það uppá síðkastið, eins og þeir finna að þeir hafa verið of slakir með það til þessa eg mánu til að fara a hætta þessu omerkilega klóry, enn það sem við vorum að minnast á um spiritualsim anda trúar menn, þa má eg sega þér að eg stunda þá ekkert og spir ekki eptir neinu, það eru svo margir uninspired and ungodly prophets and false teachers og fortune-tellers, sem altaf eru eptir peningum og veraldar heiðry fyrir vinnu sína svo þo eg sjai eða heiri um verk þeirra þa er það eins og annað sem eg sie í blöðunum enn set ekki á hjartað, kansgi að eg sie orðin of gamal dagslegur að eg samlaga mig ekki neinum af þessum nýmoðis andar trúar flokki prophets and fortune-tellers
eptir því sem eg eldist þá finn eg meira og meira til þess hvað á ríðandi það er að trúa og treysta guði fyrir aullu hér, eins og hér eptir og til hans náðar og miskunar vil eg láta með alt sem með þarf, og þá kémur að þeirri síðustu stundu hér þá lítur maður til guðs náðar og miskunsemi í fullry von og trú um að öllu sie óhætt, goði Torfi, eg hugsa á valt til þín eins og besta bróðurs og fanst altaf vera óverðugur þinnar og ykkar hjona mörgu vel gjörða, og svo er eins og þín morgu og einlægu bréf hafi dreigið mig nær þér í anda, svo eg má biðja þig að fyrirgefa hvað þetta kémur seint og klaufalega á bréf komið, eg hugsa stundum þá eg sie þig alla þína alla okkar astvini og vandafolk hjá guði hvaða gleðifundur það má til að verða, Sigríður biður nú mikið vel að heilsa þér og Guðlaugu þinni og þið bæði hafið mína bestu kveðju og oskir að guð friður og kærleiki megi ávalt hvíla yfir ykkur og börnum ykkar þinn einl vinur
B. Halfdan.son
21 af Sept. 1905
1 1/2 Montrose ave, Toronto Ont Canada
Elskulegi Torfi minn!
þott ekki sé búskapur eður hay annir til þess að taka upp minn tíma, þá hefur nú samt deyist leingur að skrifa þér enn að eg ætlaðist til, og eptir allann dráttinn þá finst mér eins og a þettað verði frétta litið bréf og ekkert líkt því sem þú ættir þó skylið frá mér epir þín laungu og goðu til skrif sem mer eru avalt kær kominn.
eg þakka þer mykið vel fyrir þitt alúðar fulla til skrif af 26 nov 04 sem eg fekk með bestu skilum 6 Janu, 05 eins og það eru mestar fréttir í þínum brefum sem að við fáum að heimann, þá lítum við opt í brefin frá þér og þá þeim hefur fylt sorg og söknuður þó hefur þeim og svo fylt hugrekki trú og von til hins algoða guðs in hvers
hendi nað og varðveislu þið eruð eins og allir sem honum treista af ollu hjarta það er óneitanlega satt, sárt er að missa sína, sæla vini jörðu á, og þá þeir hverfa sjónum vorum hver á eptir auðrum, þá reinir það á þolinmæði sterkry trú og von til guðs, þeir sem vona a Drottinn fá nya Krapta, því guð er vort hjálpræði á neyðar tímanum, það gladdi mig að heira þig sega eins og þær mestu trúar hetjur hafa sagt, í aullu þessu þá auðmikjum við okkur undir guðs vilja og það er satt sem þú segir að okkur er hér mart ó skiljanlegt og að það bætist alt þá við höfum mist svo mikið hér, okkur þotti mykið um að heira af missir Ingibjargar, og meira af því sem eg og við mundum svo vel til hennar bjarta og gafulega andlitis, siðferðis og trúar á guð föður ljósanna frá hverjum öll góð og fullkomin gjöf kémur frá,
og það var eptir tektar verdt að heira af hennar hjalpsemi framm förum þolinmæði og heilagry stillingu, til þess að guð tók hana til síns náðar ríkis enn að minning hennar lifir sem ríkur fjár sjóður hjá aullum sem hana þektu og andi okkar lítur með fögnuði von og trú til guðs náðar og miskun semi að fá a sjást hjá guði, þar sem einginn að skylnaður er framar, og ekkert sem gétur hindrað ró semi eylífrar sælu hjá guði og hans utvöldum, það sínist ávalt vera ljúft að minnast þeirra sem að voru eins og vagn á vegi, auðsíndu manni elsku og velvild í aullu þá saman vorum, svo það hefur verið og er mín innileg bæn til Jesus Krists míns frelsara að meiga fá a sjá alla vini og vanda folk þá þessu lífi er lokið sem ekki verður nú svo langt að bíða, eg var borin 22 af apríl 1845 svo þú sérð að eg er farin að eldast, þó það kansgi sjáist ekki eins og að flestir hér taka mig einungis fyrir 50 og sum minna
eg má vera þakklatur við minn himneska föður fyrir margt og sérstaklega fyrir góða heilsu á salu og líkhama, lopts lag hér hefur att vel við mig altaf nægur hvíldartími eptir dags vinnu og nú í 6 ár þá hef eg ekki unnið neina harða vinnu svo það er ekki að furð þott eg hafi eins og ingst upp, þá heilsann hefur verið goð og nægilegt af auðru sem sem með þarf til lífsins viður halds Sigríður var fæðd 23 af June 1844 og ber sig fremur vel en þá og geingur vel að öllu sem þarf að gjöra, börnin hafa og so verið við goða heilsu, Kristín vinnur enn þá við offis vinnu sem eg mun hafa getið um firri hun for listi ferð að sja islendinga í sumar það var nokkuð yfir hundrað mílur þar er setlement af nokkrum löndum og dvaldi hun þar í 2 wikur og sagði að islendingar hefðu verið hinir hinir glaðlegustu sem hun mætti þar, og þo að sumir, sér staklega konur gátu lítið talað af ensku
Jon hefur enn þa stundað skóla kenslu þá han var búin við alþíðu skolann fór hann á hærri skóla næstliðin vetur var han að læra, commercjal trade og vantar að fullgera það næsta vetur skólar birja hér firstu viku af septem til seinast í June, Jon hjalpar sér nokkuð sjalfur með því að selja dagblöð á kveldinn sem ekki tekur han þó meira enn ruman klukkutíma eins og að hann hefur fasta kaupendur svo han er vanalega búin við það
6 akl
það hindrar ekki skólan eins og að skolin er uti kl. 4, uppur blaða sölunni hefur Jon rúma $ 3 dali á viku eptir að borga auðrum dreingum til þess að hjalpa sér, eins og að þeir eru hér opt í stór hopum að selja blöðin 2 yfir höfuð þá líður okkur vel og við reinum að bruka lífsins gæði til þess að hress upp og gléðja lífið í fullri von og tru til guðs um annað betra hér eptir;
seinasta bréf að eg hef feingið frá Bjarti var í may þá þikist hann
vera
að mestu leity vera búin með vor verkinn og þikist hafa 25 ekrur af höfrum 55 af corni og 20 af hveiti sem að han vann að eirn samall á samt með auðrum
mála
verkum sem koma fyrir bændum, hann segir að alt sie í góðu á liti fyrir sér eins og að allir sínir sieu heilsu góðir og börnin vel efnileg han segist hafa gjördt eins og eg hafi beðið sig, nefnl, að skrifa þér og segist hafa sagt þér sem mest gat um sig og Larus með auðru fleiru sem mér þotti vænt um eins og finst að ekki megi minna vera enn að maður láti vini og vanda folk vita um sig ein staka sinnum eins og að frétta bref og blöð komast nú fljótt og vel á milli, þott að sie vík eður fjörður og stórt haf á milli okkar nú þá er eins og að vega leigdin sie altaf að stittast, Bjartur segir ef alt fari vel í sumar þá geti hann því nær borgað fyrir landið sitt
sumar veðrattan hefur matt kalla goð og hagstæð fyrir flesta at vinnu í americu hitinn varð mestur í July þá það naði 90 to 100 í skukka og var eg að hugsa a það hefði verið góður töðu þurkur á íslandi ef þið hefðu haft dálítið af því veðry, yfir höfuð þá er sagt að bændur hér hafi haft besta sumar og á gæta uppskéru, Canada er kölluð kornhlaða Englands og spádómur er nú að eptir 10 ár þá géti Canada fóðrað forty milljon people in great Britain, Canada hefur nu um six milljon að folks tölu sem er dreyft yfir land á stærð við Europe, fólks flutningar eru myklir til americu yfir höfuð af mörgum þjóðum og tungumálum eg heiri og svo að nokkuð hafi komið frá íslandi sem alt hefur farið til manitóba, þar sem flest er af löndum okkar, enn þeir sem halda sér við Ontarjo mun mikið kom til af því sem að er meiri veðursæld enn land rímið og fyrir þá sem hugsa að taka upp land þá er manitoba og north westur Canada best fyrir inn flutninga og bændur
Bæir og þorp stæðka hér mikið og flest sínist á fram farar vegi hér westra síningin mikla sem er haldin í Toronto á hverju hausti er nylega af stæaðinn, síningin stóð yfir í 2 vikur og var sagt að kæmi á hana 500.000 folks Labor day allra verka folks dagur varð þar fjölmennastur þa það varð fyrir 100.000 næst varð skolabarnadagurinn fyrir alla skóla síningarflöturin er sléttur á milli 75 til 100 ekrur með stór byggingum á og er með fram vatninu ontarjo þar sem að gufu skip og bátar eru á ferðinni fram og aptur sem að gjorir ut sjonina betry og líflegri a síningunni var alls konar handiðni og verknaður svo að sega frá aullum löndum eins og flestar sortir af lifandi fienaði smáum og stórum frá íslandi sie eg þar vanalega eitthvað svo sem mismunandi fugla sortir svo 000 peninga mintina þar var og svo gamly spuna rokkurin kambar hespi tréð og gamli vef stóllinn og svo
fv
það eru miklar umbreyting og endur bætur á vel flestu í samann burði við þá firstu síningu sem eg sá í Toronto altaf er eitthvað nítt upp fundið og endurbætt sem fljótt kemur á síninga staði og nu eru þeir strax farnir að tala um og raðgéra fyrir betry síningu næsta ár og sagt er að síningar hér sieu betri enn að þær eru á Englandi, síningar þessar géfa manni betry hugmind um hvað gjörðt er eins og margt hvað sem til er í nátturunar ríki og sumir ekki vita um nema eins og í draumi, það er svo eptir tektar verðt að sjá hvar hundraðs og þúsundir af fólki er saman komið ungir og gamlir af öllum þjóðum litum og tungumálum enn þó ber það valla við að maður sjai 2
aldaylis
líka Toronto er eins og á milli netalagna af járnbrautum er og svo sögð eirn su besta american city enda eru hér opt stór samkomur og funda staður, conventjon, af einhverri sort líkt og var í sumar þá sunnudaga skóla fundurinn var haldin og að þá komu menn ur öllum attum